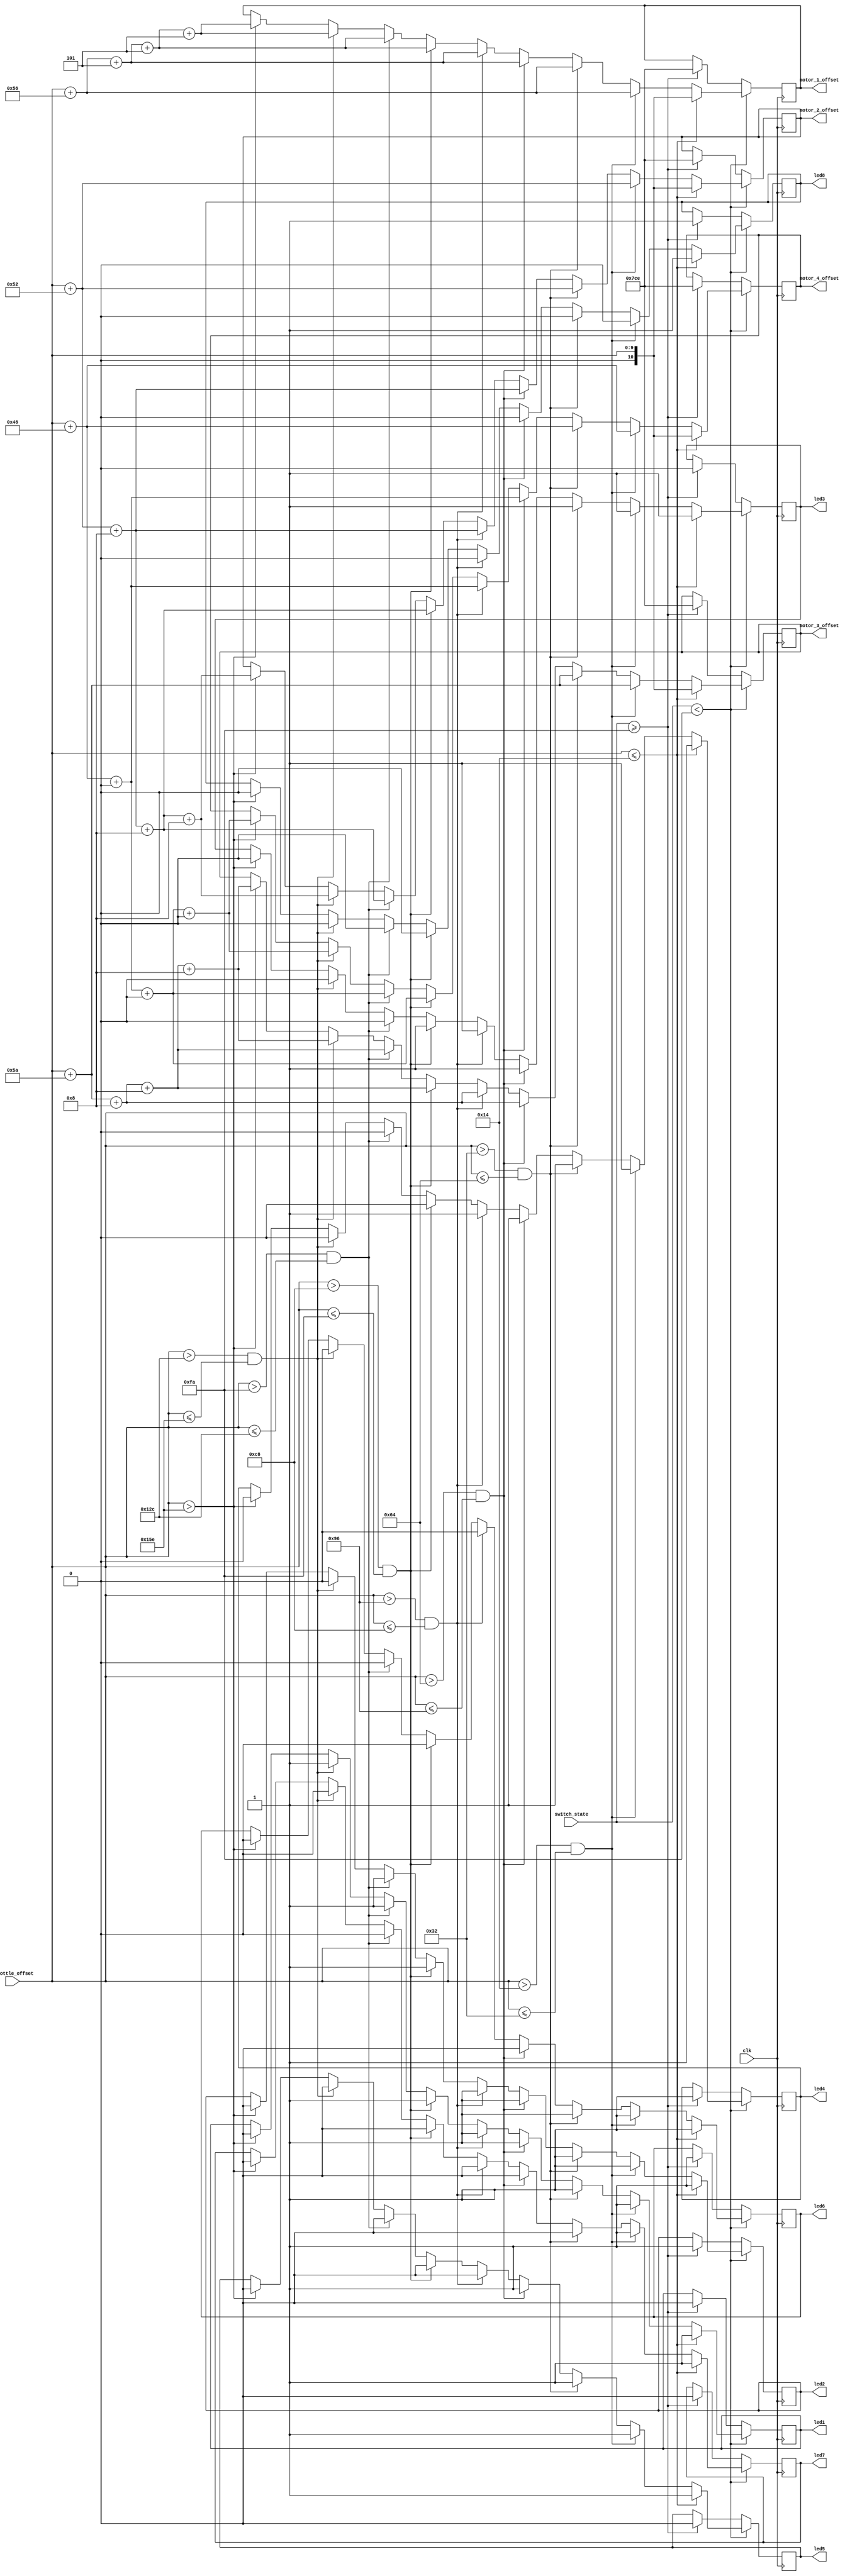
module throttle_offset_generator(motor_1_offset, motor_2_offset, motor_3_offset, motor_4_offset, led1, led2, led3, led4, led5, led6, led7, led8, throttle_offset, switch_state, clk);
	output reg [10:0] motor_1_offset;
 	output reg [10:0] motor_2_offset;
 	output reg [10:0] motor_3_offset;
 	output reg [10:0] motor_4_offset;
 	output reg        led1;
 	output reg        led2;
 	output reg        led3;
 	output reg        led4;
 	output reg        led5;
 	output reg        led6;
 	output reg        led7;
 	output reg        led8;
 	input [9:0] 	  throttle_offset;
	input [9:0]       switch_state;
 	input             clk;
 
 	parameter OFFSET1 = 86;            // motor 1 offset
	parameter OFFSET2 = 82;            // motor 2 offset
	parameter OFFSET3 = 90;             // motor 3 offset
	parameter OFFSET4 = 70;             // motor 4 offset
	parameter STEP1 = 5;
	parameter STEP2 = 8;
	parameter STEP3 = 8;
	parameter STEP4 = 0;
	
	always@ (posedge clk) 
 	  begin
		if (switch_state < 250) 
	      begin
 		    if (throttle_offset <= 20) 
 		      begin
 			      led1 <= 1;
 			      led2 <= 1;
 			      led3 <= 1;
 			      led4 <= 1;
 			      led5 <= 1;
 			      led6 <= 1;
 			      led7 <= 1;
 			      led8 <= 1;
 			      motor_1_offset <= throttle_offset;
 			      motor_2_offset <= throttle_offset;
 			      motor_3_offset <= throttle_offset;
 			      motor_4_offset <= throttle_offset;
 		      end
		    else if (throttle_offset > 20 && throttle_offset <= 50) 
 		      begin
 			      led1 <= 1;
 			      led2 <= 1;
 			      led3 <= 1;
 			      led4 <= 1;
 			      led5 <= 1;
 			      led6 <= 1;
 			      led7 <= 1;
 			      led8 <= 0;
 			      motor_1_offset <= throttle_offset+OFFSET1;
 			      motor_2_offset <= throttle_offset+OFFSET2;
 			      motor_3_offset <= throttle_offset+OFFSET3;
 			      motor_4_offset <= throttle_offset+OFFSET4;
 		      end
 		    else if (throttle_offset > 50 && throttle_offset <= 100)
		      begin
        		led1 <= 1;
		    	  led2 <= 1;
		    	  led3 <= 1;
		    	  led4 <= 1;
		    	  led5 <= 1;
		    	  led6 <= 1;
		    	  led7 <= 0;
		    	  led8 <= 0;
		    	  motor_1_offset <= throttle_offset+OFFSET1;
 			      motor_2_offset <= throttle_offset+OFFSET2;
 			      motor_3_offset <= throttle_offset+OFFSET3;
 			      motor_4_offset <= throttle_offset+OFFSET4;
		      end
		    else if (throttle_offset > 100 && throttle_offset <= 150)
		      begin
		    	  led1 <= 1;
		    	  led2 <= 1;
		    	  led3 <= 1;
		    	  led4 <= 1;
		    	  led5 <= 1;
		    	  led6 <= 0;
		    	  led7 <= 0;
		    	  led8 <= 0;
		    	  motor_1_offset <= throttle_offset+OFFSET1+STEP1;
 			      motor_2_offset <= throttle_offset+OFFSET2+STEP2;
 			      motor_3_offset <= throttle_offset+OFFSET3+STEP3;
 			      motor_4_offset <= throttle_offset+OFFSET4+STEP4;
		      end
		    else if (throttle_offset > 150 && throttle_offset <= 200) 
 		      begin
 		    	  led1 <= 1;
 		    	  led2 <= 1;
 		    	  led3 <= 1;
 		    	  led4 <= 1;
 		    	  led5 <= 0;
 		    	  led6 <= 0;
 		    	  led7 <= 0;
 		    	  led8 <= 0;
 		    	  motor_1_offset <= throttle_offset+OFFSET1+STEP1;
 			      motor_2_offset <= throttle_offset+OFFSET2+STEP2;
 			      motor_3_offset <= throttle_offset+OFFSET3+STEP3;
 			      motor_4_offset <= throttle_offset+OFFSET4+STEP4;
 		      end
 		    else if (throttle_offset > 200 && throttle_offset <= 250)
		      begin
        		led1 <= 1;
		    	  led2 <= 1;
		    	  led3 <= 1;
		    	  led4 <= 0;
		    	  led5 <= 0;
		    	  led6 <= 0;
		    	  led7 <= 0;
		    	  led8 <= 0;
		    	  motor_1_offset <= throttle_offset+OFFSET1+STEP1+STEP1;
 			      motor_2_offset <= throttle_offset+OFFSET2+STEP2+STEP2;
 			      motor_3_offset <= throttle_offset+OFFSET3+STEP3+STEP3;
 			      motor_4_offset <= throttle_offset+OFFSET4+STEP4+STEP4;
		      end
		    else if (throttle_offset > 250 && throttle_offset <= 300)
		      begin
		    	  led1 <= 1;
		    	  led2 <= 1;
		    	  led3 <= 0;
		    	  led4 <= 0;
		    	  led5 <= 0;
		    	  led6 <= 0;
		    	  led7 <= 0;
		    	  led8 <= 0;
		    	  motor_1_offset <= throttle_offset+OFFSET1+STEP1+STEP1;
 			      motor_2_offset <= throttle_offset+OFFSET2+STEP2+STEP2;
 			      motor_3_offset <= throttle_offset+OFFSET3+STEP3+STEP3;
 			      motor_4_offset <= throttle_offset+OFFSET4+STEP4+STEP4;
		      end
		    else if (throttle_offset > 300 && throttle_offset <= 350)
		      begin
		    	  led1 <= 1;
		    	  led2 <= 0;
		    	  led3 <= 0;
		    	  led4 <= 0;
		    	  led5 <= 0;
		    	  led6 <= 0;
		    	  led7 <= 0;
		    	  led8 <= 0;
		    	  motor_1_offset <= throttle_offset+OFFSET1+STEP1+STEP1+STEP1;
 			      motor_2_offset <= throttle_offset+OFFSET2+STEP2+STEP2+STEP2;
 			      motor_3_offset <= throttle_offset+OFFSET3+STEP3+STEP3+STEP3;
 			      motor_4_offset <= throttle_offset+OFFSET4+STEP4+STEP4+STEP4;
		      end
		    else if (throttle_offset > 350)
		      begin
		    	  led1 <= 0;
		    	  led2 <= 0;
		    	  led3 <= 0;
		    	  led4 <= 0;
		    	  led5 <= 0;
		    	  led6 <= 0;
		    	  led7 <= 0;
		    	  led8 <= 0;
		    	  motor_1_offset <= throttle_offset+OFFSET1+STEP1+STEP1+STEP1;
 			      motor_2_offset <= throttle_offset+OFFSET2+STEP2+STEP2+STEP2;
 			      motor_3_offset <= throttle_offset+OFFSET3+STEP3+STEP3+STEP3;
 			      motor_4_offset <= throttle_offset+OFFSET4+STEP4+STEP4+STEP4;
		      end
		  end
		else if (switch_state >= 250)
		  begin
			led1 <= 0;
		    led2 <= 1;
		    led3 <= 0;
		    led4 <= 1;
		    led5 <= 0;
		    led6 <= 1;
		    led7 <= 0;
		    led8 <= 1;
			motor_1_offset <= -50;
			motor_2_offset <= -50;
			motor_3_offset <= -50;
			motor_4_offset <= -50;
		  end
	  end 
endmodule

module pitch_offset_generator(motor_1_offset, motor_2_offset, motor_3_offset, motor_4_offset, pitch_offset, throttle_offset, clk);
	output reg [10:0] motor_1_offset;
	output reg [10:0] motor_2_offset;
	output reg [10:0] motor_3_offset;
	output reg [10:0] motor_4_offset;
	input [9:0] 	  pitch_offset;
	input [9:0] 	  throttle_offset;
	input             clk;
   
    parameter PITCH_MAX = 100;         // maximum pitch value to decrement off motors by at max throttle
	parameter MAX_STEP = 10;           // step to decrease maximum decrement by ( PITCH_MAX / MAX_STEP must be = 10! )
	parameter PITCH_MIN = 5;           // minimum pitch value to increment on motors by at min throttle
	parameter MIN_STEP = 4;            // step to increment up from minimum ( PITCH_MIN + (MIN_STEP*20) = MAX VALUE )
   
    always@ (posedge clk) 
	  begin
	    if (throttle_offset > 50) 
		  begin
		    if (pitch_offset <= 10)
			  begin
			    motor_2_offset <= -PITCH_MAX;
			    motor_1_offset <= PITCH_MIN+MIN_STEP+MIN_STEP+MIN_STEP+MIN_STEP+MIN_STEP+MIN_STEP+MIN_STEP+MIN_STEP+MIN_STEP+MIN_STEP+MIN_STEP+MIN_STEP+MIN_STEP+MIN_STEP+MIN_STEP+MIN_STEP+MIN_STEP+MIN_STEP+MIN_STEP;
			    motor_4_offset <= -PITCH_MAX;
			    motor_3_offset <= PITCH_MIN+MIN_STEP+MIN_STEP+MIN_STEP+MIN_STEP+MIN_STEP+MIN_STEP+MIN_STEP+MIN_STEP+MIN_STEP+MIN_STEP+MIN_STEP+MIN_STEP+MIN_STEP+MIN_STEP+MIN_STEP+MIN_STEP+MIN_STEP+MIN_STEP+MIN_STEP;
			  end
		    else if (pitch_offset > 10 && pitch_offset <= 20)
			  begin
			    motor_2_offset <= -PITCH_MAX+MAX_STEP;
			    motor_1_offset <= PITCH_MIN+MIN_STEP+MIN_STEP+MIN_STEP+MIN_STEP+MIN_STEP+MIN_STEP+MIN_STEP+MIN_STEP+MIN_STEP+MIN_STEP+MIN_STEP+MIN_STEP+MIN_STEP+MIN_STEP+MIN_STEP+MIN_STEP+MIN_STEP+MIN_STEP;
			    motor_4_offset <= -PITCH_MAX+MAX_STEP;
			    motor_3_offset <= PITCH_MIN+MIN_STEP+MIN_STEP+MIN_STEP+MIN_STEP+MIN_STEP+MIN_STEP+MIN_STEP+MIN_STEP+MIN_STEP+MIN_STEP+MIN_STEP+MIN_STEP+MIN_STEP+MIN_STEP+MIN_STEP+MIN_STEP+MIN_STEP+MIN_STEP;
			  end
			else if (pitch_offset > 20 && pitch_offset <= 30)
			  begin
			    motor_2_offset <= -PITCH_MAX+MAX_STEP+MAX_STEP;
			    motor_1_offset <= PITCH_MIN+MIN_STEP+MIN_STEP+MIN_STEP+MIN_STEP+MIN_STEP+MIN_STEP+MIN_STEP+MIN_STEP+MIN_STEP+MIN_STEP+MIN_STEP+MIN_STEP+MIN_STEP+MIN_STEP+MIN_STEP+MIN_STEP+MIN_STEP;
			    motor_4_offset <= -PITCH_MAX+MAX_STEP+MAX_STEP;
			    motor_3_offset <= PITCH_MIN+MIN_STEP+MIN_STEP+MIN_STEP+MIN_STEP+MIN_STEP+MIN_STEP+MIN_STEP+MIN_STEP+MIN_STEP+MIN_STEP+MIN_STEP+MIN_STEP+MIN_STEP+MIN_STEP+MIN_STEP+MIN_STEP+MIN_STEP;
			  end
			else if (pitch_offset > 30 && pitch_offset <= 40)
			  begin
			    motor_2_offset <= -PITCH_MAX+MAX_STEP+MAX_STEP+MAX_STEP;
			    motor_1_offset <= PITCH_MIN+MIN_STEP+MIN_STEP+MIN_STEP+MIN_STEP+MIN_STEP+MIN_STEP+MIN_STEP+MIN_STEP+MIN_STEP+MIN_STEP+MIN_STEP+MIN_STEP+MIN_STEP+MIN_STEP+MIN_STEP+MIN_STEP;
			    motor_4_offset <= -PITCH_MAX+MAX_STEP+MAX_STEP+MAX_STEP;
			    motor_3_offset <= PITCH_MIN+MIN_STEP+MIN_STEP+MIN_STEP+MIN_STEP+MIN_STEP+MIN_STEP+MIN_STEP+MIN_STEP+MIN_STEP+MIN_STEP+MIN_STEP+MIN_STEP+MIN_STEP+MIN_STEP+MIN_STEP+MIN_STEP;
			  end
			else if (pitch_offset > 40 && pitch_offset <= 50)
			  begin
			    motor_2_offset <= -PITCH_MAX+MAX_STEP+MAX_STEP+MAX_STEP+MAX_STEP;
			    motor_1_offset <= PITCH_MIN+MIN_STEP+MIN_STEP+MIN_STEP+MIN_STEP+MIN_STEP+MIN_STEP+MIN_STEP+MIN_STEP+MIN_STEP+MIN_STEP+MIN_STEP+MIN_STEP+MIN_STEP+MIN_STEP+MIN_STEP;
			    motor_4_offset <= -PITCH_MAX+MAX_STEP+MAX_STEP+MAX_STEP+MAX_STEP;
			    motor_3_offset <= PITCH_MIN+MIN_STEP+MIN_STEP+MIN_STEP+MIN_STEP+MIN_STEP+MIN_STEP+MIN_STEP+MIN_STEP+MIN_STEP+MIN_STEP+MIN_STEP+MIN_STEP+MIN_STEP+MIN_STEP+MIN_STEP;
			  end
			else if (pitch_offset > 50 && pitch_offset <= 60)
			  begin
			    motor_2_offset <= -PITCH_MAX+MAX_STEP+MAX_STEP+MAX_STEP+MAX_STEP+MAX_STEP;
			    motor_1_offset <= PITCH_MIN+MIN_STEP+MIN_STEP+MIN_STEP+MIN_STEP+MIN_STEP+MIN_STEP+MIN_STEP+MIN_STEP+MIN_STEP+MIN_STEP+MIN_STEP+MIN_STEP+MIN_STEP+MIN_STEP;
			    motor_4_offset <= -PITCH_MAX+MAX_STEP+MAX_STEP+MAX_STEP+MAX_STEP+MAX_STEP;
			    motor_3_offset <= PITCH_MIN+MIN_STEP+MIN_STEP+MIN_STEP+MIN_STEP+MIN_STEP+MIN_STEP+MIN_STEP+MIN_STEP+MIN_STEP+MIN_STEP+MIN_STEP+MIN_STEP+MIN_STEP+MIN_STEP;
			  end
			else if (pitch_offset > 60 && pitch_offset <= 70)
			  begin
			    motor_2_offset <= -PITCH_MAX+MAX_STEP+MAX_STEP+MAX_STEP+MAX_STEP+MAX_STEP+MAX_STEP;
			    motor_1_offset <= PITCH_MIN+MIN_STEP+MIN_STEP+MIN_STEP+MIN_STEP+MIN_STEP+MIN_STEP+MIN_STEP+MIN_STEP+MIN_STEP+MIN_STEP+MIN_STEP+MIN_STEP+MIN_STEP;
			    motor_4_offset <= -PITCH_MAX+MAX_STEP+MAX_STEP+MAX_STEP+MAX_STEP+MAX_STEP+MAX_STEP;
			    motor_3_offset <= PITCH_MIN+MIN_STEP+MIN_STEP+MIN_STEP+MIN_STEP+MIN_STEP+MIN_STEP+MIN_STEP+MIN_STEP+MIN_STEP+MIN_STEP+MIN_STEP+MIN_STEP+MIN_STEP;
			  end
			else if (pitch_offset > 70 && pitch_offset <= 80)
			  begin
			    motor_2_offset <= -PITCH_MAX+MAX_STEP+MAX_STEP+MAX_STEP+MAX_STEP+MAX_STEP+MAX_STEP+MAX_STEP;
			    motor_1_offset <= PITCH_MIN+MIN_STEP+MIN_STEP+MIN_STEP+MIN_STEP+MIN_STEP+MIN_STEP+MIN_STEP+MIN_STEP+MIN_STEP+MIN_STEP+MIN_STEP+MIN_STEP;
			    motor_4_offset <= -PITCH_MAX+MAX_STEP+MAX_STEP+MAX_STEP+MAX_STEP+MAX_STEP+MAX_STEP+MAX_STEP;
			    motor_3_offset <= PITCH_MIN+MIN_STEP+MIN_STEP+MIN_STEP+MIN_STEP+MIN_STEP+MIN_STEP+MIN_STEP+MIN_STEP+MIN_STEP+MIN_STEP+MIN_STEP+MIN_STEP;
			  end
			else if (pitch_offset > 80 && pitch_offset <= 90)
			  begin
			    motor_2_offset <= -PITCH_MAX+MAX_STEP+MAX_STEP+MAX_STEP+MAX_STEP+MAX_STEP+MAX_STEP+MAX_STEP+MAX_STEP;
			    motor_1_offset <= PITCH_MIN+MIN_STEP+MIN_STEP+MIN_STEP+MIN_STEP+MIN_STEP+MIN_STEP+MIN_STEP+MIN_STEP+MIN_STEP+MIN_STEP+MIN_STEP;
			    motor_4_offset <= -PITCH_MAX+MAX_STEP+MAX_STEP+MAX_STEP+MAX_STEP+MAX_STEP+MAX_STEP+MAX_STEP+MAX_STEP;
			    motor_3_offset <= PITCH_MIN+MIN_STEP+MIN_STEP+MIN_STEP+MIN_STEP+MIN_STEP+MIN_STEP+MIN_STEP+MIN_STEP+MIN_STEP+MIN_STEP+MIN_STEP;
			  end
			else if (pitch_offset > 90 && pitch_offset <= 100)
			  begin
			    motor_2_offset <= -PITCH_MAX+MAX_STEP+MAX_STEP+MAX_STEP+MAX_STEP+MAX_STEP+MAX_STEP+MAX_STEP+MAX_STEP+MAX_STEP;
			    motor_1_offset <= PITCH_MIN+MIN_STEP+MIN_STEP+MIN_STEP+MIN_STEP+MIN_STEP+MIN_STEP+MIN_STEP+MIN_STEP+MIN_STEP+MIN_STEP;
			    motor_4_offset <= -PITCH_MAX+MAX_STEP+MAX_STEP+MAX_STEP+MAX_STEP+MAX_STEP+MAX_STEP+MAX_STEP+MAX_STEP+MAX_STEP;
			    motor_3_offset <= PITCH_MIN+MIN_STEP+MIN_STEP+MIN_STEP+MIN_STEP+MIN_STEP+MIN_STEP+MIN_STEP+MIN_STEP+MIN_STEP+MIN_STEP;
			  end
			else if (pitch_offset > 100 && pitch_offset <= 110)
			  begin
			    motor_2_offset <= 0;
			    motor_1_offset <= PITCH_MIN+MIN_STEP+MIN_STEP+MIN_STEP+MIN_STEP+MIN_STEP+MIN_STEP+MIN_STEP+MIN_STEP+MIN_STEP;
			    motor_4_offset <= 0;
			    motor_3_offset <= PITCH_MIN+MIN_STEP+MIN_STEP+MIN_STEP+MIN_STEP+MIN_STEP+MIN_STEP+MIN_STEP+MIN_STEP+MIN_STEP;
			  end
			else if (pitch_offset > 110 && pitch_offset <= 120)
			  begin
			    motor_2_offset <= 0;
			    motor_1_offset <= PITCH_MIN+MIN_STEP+MIN_STEP+MIN_STEP+MIN_STEP+MIN_STEP+MIN_STEP+MIN_STEP+MIN_STEP;
			    motor_4_offset <= 0;
			    motor_3_offset <= PITCH_MIN+MIN_STEP+MIN_STEP+MIN_STEP+MIN_STEP+MIN_STEP+MIN_STEP+MIN_STEP+MIN_STEP;
			  end
		    else if (pitch_offset > 120 && pitch_offset <= 130)
			  begin
			    motor_2_offset <= 0;
			    motor_1_offset <= PITCH_MIN+MIN_STEP+MIN_STEP+MIN_STEP+MIN_STEP+MIN_STEP+MIN_STEP+MIN_STEP;
			    motor_4_offset <= 0;
			    motor_3_offset <= PITCH_MIN+MIN_STEP+MIN_STEP+MIN_STEP+MIN_STEP+MIN_STEP+MIN_STEP+MIN_STEP;
			  end
		    else if (pitch_offset > 130 && pitch_offset <= 140)
			  begin
			    motor_2_offset <= 0;
			    motor_1_offset <= PITCH_MIN+MIN_STEP+MIN_STEP+MIN_STEP+MIN_STEP+MIN_STEP+MIN_STEP;
			    motor_4_offset <= 0;
			    motor_3_offset <= PITCH_MIN+MIN_STEP+MIN_STEP+MIN_STEP+MIN_STEP+MIN_STEP+MIN_STEP;
			  end
		    else if (pitch_offset > 140 && pitch_offset <= 150)
			  begin
			    motor_2_offset <= 0;
			    motor_1_offset <= PITCH_MIN+MIN_STEP+MIN_STEP+MIN_STEP+MIN_STEP+MIN_STEP;
			    motor_4_offset <= 0;
			    motor_3_offset <= PITCH_MIN+MIN_STEP+MIN_STEP+MIN_STEP+MIN_STEP+MIN_STEP;
			  end
			else if (pitch_offset > 150 && pitch_offset <= 160)
			  begin
			    motor_2_offset <= 0;
			    motor_1_offset <= PITCH_MIN+MIN_STEP+MIN_STEP+MIN_STEP+MIN_STEP;
			    motor_4_offset <= 0;
			    motor_3_offset <= PITCH_MIN+MIN_STEP+MIN_STEP+MIN_STEP+MIN_STEP;
			  end
		    else if (pitch_offset > 160 && pitch_offset <= 170)
			  begin
			    motor_2_offset <= 0;
			    motor_1_offset <= PITCH_MIN+MIN_STEP+MIN_STEP+MIN_STEP;
			    motor_4_offset <= 0;
			    motor_3_offset <= PITCH_MIN+MIN_STEP+MIN_STEP+MIN_STEP;
			  end
		    else if (pitch_offset > 170 && pitch_offset <= 180)
			  begin
			    motor_2_offset <= 0;
			    motor_1_offset <= PITCH_MIN+MIN_STEP+MIN_STEP;
			    motor_4_offset <= 0;
			    motor_3_offset <= PITCH_MIN+MIN_STEP+MIN_STEP;
			  end
		    else if (pitch_offset > 180 && pitch_offset <= 190)
			  begin
			    motor_2_offset <= 0;
			    motor_1_offset <= PITCH_MIN+MIN_STEP;
			    motor_4_offset <= 0;
			    motor_3_offset <= PITCH_MIN+MIN_STEP;
			  end
			else if (pitch_offset > 190 && pitch_offset <= 195)
			  begin
			    motor_2_offset <= 0;
			    motor_1_offset <= PITCH_MIN;
			    motor_4_offset <= 0;
			    motor_3_offset <= PITCH_MIN;
			  end
		    else if (pitch_offset > 195 && pitch_offset <= 205)
			  begin
			    motor_2_offset <= 0;
			    motor_1_offset <= 0;
			    motor_4_offset <= 0;
			    motor_3_offset <= 0;
			  end
			else if (pitch_offset < 205 && pitch_offset <= 210)
			  begin
			    motor_2_offset <= PITCH_MIN;
			    motor_1_offset <= 0;
			    motor_4_offset <= PITCH_MIN;
			    motor_3_offset <= 0;
			  end
		    else if (pitch_offset > 210 && pitch_offset <= 220)
			  begin
			    motor_2_offset <= PITCH_MIN+MIN_STEP;
			    motor_1_offset <= 0;
			    motor_4_offset <= PITCH_MIN+MIN_STEP;
			    motor_3_offset <= 0;
			  end
		    else if (pitch_offset > 220 && pitch_offset <= 230)
			  begin
			    motor_2_offset <= PITCH_MIN+MIN_STEP+MIN_STEP;
			    motor_1_offset <= 0;
			    motor_4_offset <= PITCH_MIN+MIN_STEP+MIN_STEP;
			    motor_3_offset <= 0;
			  end
		    else if (pitch_offset > 230 && pitch_offset <= 240)
			  begin
			    motor_2_offset <= PITCH_MIN+MIN_STEP+MIN_STEP+MIN_STEP;
			    motor_1_offset <= 0;
			    motor_4_offset <= PITCH_MIN+MIN_STEP+MIN_STEP+MIN_STEP;
			    motor_3_offset <= 0;
			  end
		    else if (pitch_offset > 240 && pitch_offset <= 250)
			  begin
			    motor_2_offset <= PITCH_MIN+MIN_STEP+MIN_STEP+MIN_STEP+MIN_STEP;
			    motor_1_offset <= 0;
			    motor_4_offset <= PITCH_MIN+MIN_STEP+MIN_STEP+MIN_STEP+MIN_STEP;
			    motor_3_offset <= 0;
			  end
			else if (pitch_offset > 250 && pitch_offset <= 260)
			  begin
			    motor_2_offset <= PITCH_MIN+MIN_STEP+MIN_STEP+MIN_STEP+MIN_STEP+MIN_STEP;
			    motor_1_offset <= 0;
			    motor_4_offset <= PITCH_MIN+MIN_STEP+MIN_STEP+MIN_STEP+MIN_STEP+MIN_STEP;
			    motor_3_offset <= 0;
			  end
		    else if (pitch_offset > 260 && pitch_offset <= 270)
			  begin
			    motor_2_offset <= PITCH_MIN+MIN_STEP+MIN_STEP+MIN_STEP+MIN_STEP+MIN_STEP+MIN_STEP;
			    motor_1_offset <= 0;
			    motor_4_offset <= PITCH_MIN+MIN_STEP+MIN_STEP+MIN_STEP+MIN_STEP+MIN_STEP+MIN_STEP;
			    motor_3_offset <= 0;
			  end
		    else if (pitch_offset > 270 && pitch_offset <= 280)
			  begin
			    motor_2_offset <= PITCH_MIN+MIN_STEP+MIN_STEP+MIN_STEP+MIN_STEP+MIN_STEP+MIN_STEP+MIN_STEP;
			    motor_1_offset <= 0;
			    motor_4_offset <= PITCH_MIN+MIN_STEP+MIN_STEP+MIN_STEP+MIN_STEP+MIN_STEP+MIN_STEP+MIN_STEP;
			    motor_3_offset <= 0;
			  end
		    else if (pitch_offset > 280 && pitch_offset <= 290)
			  begin
			    motor_2_offset <= PITCH_MIN+MIN_STEP+MIN_STEP+MIN_STEP+MIN_STEP+MIN_STEP+MIN_STEP+MIN_STEP+MIN_STEP;
			    motor_1_offset <= 0;
			    motor_4_offset <= PITCH_MIN+MIN_STEP+MIN_STEP+MIN_STEP+MIN_STEP+MIN_STEP+MIN_STEP+MIN_STEP+MIN_STEP;
			    motor_3_offset <= 0;
			  end
		    else if (pitch_offset > 290 && pitch_offset <= 300)
			  begin
			    motor_2_offset <= PITCH_MIN+MIN_STEP+MIN_STEP+MIN_STEP+MIN_STEP+MIN_STEP+MIN_STEP+MIN_STEP+MIN_STEP+MIN_STEP;
			    motor_1_offset <= 0;
			    motor_4_offset <= PITCH_MIN+MIN_STEP+MIN_STEP+MIN_STEP+MIN_STEP+MIN_STEP+MIN_STEP+MIN_STEP+MIN_STEP+MIN_STEP;
			    motor_3_offset <= 0;
			  end
			else if (pitch_offset > 300 && pitch_offset <= 310)
			  begin
			    motor_2_offset <= PITCH_MIN+MIN_STEP+MIN_STEP+MIN_STEP+MIN_STEP+MIN_STEP+MIN_STEP+MIN_STEP+MIN_STEP+MIN_STEP+MIN_STEP;
			    motor_1_offset <= -PITCH_MAX+MAX_STEP+MAX_STEP+MAX_STEP+MAX_STEP+MAX_STEP+MAX_STEP+MAX_STEP+MAX_STEP+MAX_STEP;
			    motor_4_offset <= PITCH_MIN+MIN_STEP+MIN_STEP+MIN_STEP+MIN_STEP+MIN_STEP+MIN_STEP+MIN_STEP+MIN_STEP+MIN_STEP+MIN_STEP;
			    motor_3_offset <= -PITCH_MAX+MAX_STEP+MAX_STEP+MAX_STEP+MAX_STEP+MAX_STEP+MAX_STEP+MAX_STEP+MAX_STEP+MAX_STEP;
			  end
			else if (pitch_offset > 310 && pitch_offset <= 320)
			  begin
			    motor_2_offset <= PITCH_MIN+MIN_STEP+MIN_STEP+MIN_STEP+MIN_STEP+MIN_STEP+MIN_STEP+MIN_STEP+MIN_STEP+MIN_STEP+MIN_STEP+MIN_STEP;
			    motor_1_offset <= -PITCH_MAX+MAX_STEP+MAX_STEP+MAX_STEP+MAX_STEP+MAX_STEP+MAX_STEP+MAX_STEP+MAX_STEP;
			    motor_4_offset <= PITCH_MIN+MIN_STEP+MIN_STEP+MIN_STEP+MIN_STEP+MIN_STEP+MIN_STEP+MIN_STEP+MIN_STEP+MIN_STEP+MIN_STEP+MIN_STEP;
			    motor_3_offset <= -PITCH_MAX+MAX_STEP+MAX_STEP+MAX_STEP+MAX_STEP+MAX_STEP+MAX_STEP+MAX_STEP+MAX_STEP;
			  end
			else if (pitch_offset > 320 && pitch_offset <= 330)
			  begin
			    motor_2_offset <= PITCH_MIN+MIN_STEP+MIN_STEP+MIN_STEP+MIN_STEP+MIN_STEP+MIN_STEP+MIN_STEP+MIN_STEP+MIN_STEP+MIN_STEP+MIN_STEP+MIN_STEP;
			    motor_1_offset <= -PITCH_MAX+MAX_STEP+MAX_STEP+MAX_STEP+MAX_STEP+MAX_STEP+MAX_STEP+MAX_STEP;
			    motor_4_offset <= PITCH_MIN+MIN_STEP+MIN_STEP+MIN_STEP+MIN_STEP+MIN_STEP+MIN_STEP+MIN_STEP+MIN_STEP+MIN_STEP+MIN_STEP+MIN_STEP+MIN_STEP;
			    motor_3_offset <= -PITCH_MAX+MAX_STEP+MAX_STEP+MAX_STEP+MAX_STEP+MAX_STEP+MAX_STEP+MAX_STEP;
			  end
			else if (pitch_offset > 330 && pitch_offset <= 340)
			  begin
			    motor_2_offset <= PITCH_MIN+MIN_STEP+MIN_STEP+MIN_STEP+MIN_STEP+MIN_STEP+MIN_STEP+MIN_STEP+MIN_STEP+MIN_STEP+MIN_STEP+MIN_STEP+MIN_STEP+MIN_STEP;
			    motor_1_offset <= -PITCH_MAX+MAX_STEP+MAX_STEP+MAX_STEP+MAX_STEP+MAX_STEP+MAX_STEP;
			    motor_4_offset <= PITCH_MIN+MIN_STEP+MIN_STEP+MIN_STEP+MIN_STEP+MIN_STEP+MIN_STEP+MIN_STEP+MIN_STEP+MIN_STEP+MIN_STEP+MIN_STEP+MIN_STEP+MIN_STEP;
			    motor_3_offset <= -PITCH_MAX+MAX_STEP+MAX_STEP+MAX_STEP+MAX_STEP+MAX_STEP+MAX_STEP;
			  end
			else if (pitch_offset > 340 && pitch_offset <= 350)
			  begin
			    motor_2_offset <= PITCH_MIN+MIN_STEP+MIN_STEP+MIN_STEP+MIN_STEP+MIN_STEP+MIN_STEP+MIN_STEP+MIN_STEP+MIN_STEP+MIN_STEP+MIN_STEP+MIN_STEP+MIN_STEP+MIN_STEP;
			    motor_1_offset <= -PITCH_MAX+MAX_STEP+MAX_STEP+MAX_STEP+MAX_STEP+MAX_STEP;
			    motor_4_offset <= PITCH_MIN+MIN_STEP+MIN_STEP+MIN_STEP+MIN_STEP+MIN_STEP+MIN_STEP+MIN_STEP+MIN_STEP+MIN_STEP+MIN_STEP+MIN_STEP+MIN_STEP+MIN_STEP+MIN_STEP;
			    motor_3_offset <= -PITCH_MAX+MAX_STEP+MAX_STEP+MAX_STEP+MAX_STEP+MAX_STEP;
			  end
			else if (pitch_offset > 350 && pitch_offset <= 360)
			  begin
			    motor_2_offset <= PITCH_MIN+MIN_STEP+MIN_STEP+MIN_STEP+MIN_STEP+MIN_STEP+MIN_STEP+MIN_STEP+MIN_STEP+MIN_STEP+MIN_STEP+MIN_STEP+MIN_STEP+MIN_STEP+MIN_STEP+MIN_STEP;
			    motor_1_offset <= -PITCH_MAX+MAX_STEP+MAX_STEP+MAX_STEP+MAX_STEP;
			    motor_4_offset <= PITCH_MIN+MIN_STEP+MIN_STEP+MIN_STEP+MIN_STEP+MIN_STEP+MIN_STEP+MIN_STEP+MIN_STEP+MIN_STEP+MIN_STEP+MIN_STEP+MIN_STEP+MIN_STEP+MIN_STEP+MIN_STEP;
			    motor_3_offset <= -PITCH_MAX+MAX_STEP+MAX_STEP+MAX_STEP+MAX_STEP;
			  end
			else if (pitch_offset > 360 && pitch_offset <= 370)
			  begin
			    motor_2_offset <= PITCH_MIN+MIN_STEP+MIN_STEP+MIN_STEP+MIN_STEP+MIN_STEP+MIN_STEP+MIN_STEP+MIN_STEP+MIN_STEP+MIN_STEP+MIN_STEP+MIN_STEP+MIN_STEP+MIN_STEP+MIN_STEP+MIN_STEP;
			    motor_1_offset <= -PITCH_MAX+MAX_STEP+MAX_STEP+MAX_STEP;
			    motor_4_offset <= PITCH_MIN+MIN_STEP+MIN_STEP+MIN_STEP+MIN_STEP+MIN_STEP+MIN_STEP+MIN_STEP+MIN_STEP+MIN_STEP+MIN_STEP+MIN_STEP+MIN_STEP+MIN_STEP+MIN_STEP+MIN_STEP+MIN_STEP;
			    motor_3_offset <= -PITCH_MAX+MAX_STEP+MAX_STEP+MAX_STEP;
			  end
			else if (pitch_offset > 370 && pitch_offset <= 380)
			  begin
			    motor_2_offset <= PITCH_MIN+MIN_STEP+MIN_STEP+MIN_STEP+MIN_STEP+MIN_STEP+MIN_STEP+MIN_STEP+MIN_STEP+MIN_STEP+MIN_STEP+MIN_STEP+MIN_STEP+MIN_STEP+MIN_STEP+MIN_STEP+MIN_STEP+MIN_STEP;
			    motor_1_offset <= -PITCH_MAX+MAX_STEP+MAX_STEP;
			    motor_4_offset <= PITCH_MIN+MIN_STEP+MIN_STEP+MIN_STEP+MIN_STEP+MIN_STEP+MIN_STEP+MIN_STEP+MIN_STEP+MIN_STEP+MIN_STEP+MIN_STEP+MIN_STEP+MIN_STEP+MIN_STEP+MIN_STEP+MIN_STEP+MIN_STEP;
			    motor_3_offset <= -PITCH_MAX+MAX_STEP+MAX_STEP;
			  end
			else if (pitch_offset > 380 && pitch_offset <= 390)
			  begin
			    motor_2_offset <= PITCH_MIN+MIN_STEP+MIN_STEP+MIN_STEP+MIN_STEP+MIN_STEP+MIN_STEP+MIN_STEP+MIN_STEP+MIN_STEP+MIN_STEP+MIN_STEP+MIN_STEP+MIN_STEP+MIN_STEP+MIN_STEP+MIN_STEP+MIN_STEP+MIN_STEP;
			    motor_1_offset <= -PITCH_MAX+MAX_STEP;
			    motor_4_offset <= PITCH_MIN+MIN_STEP+MIN_STEP+MIN_STEP+MIN_STEP+MIN_STEP+MIN_STEP+MIN_STEP+MIN_STEP+MIN_STEP+MIN_STEP+MIN_STEP+MIN_STEP+MIN_STEP+MIN_STEP+MIN_STEP+MIN_STEP+MIN_STEP+MIN_STEP;
			    motor_3_offset <= -PITCH_MAX+MAX_STEP;
			  end
			else if (pitch_offset > 390)
			  begin
			    motor_2_offset <= PITCH_MIN+MIN_STEP+MIN_STEP+MIN_STEP+MIN_STEP+MIN_STEP+MIN_STEP+MIN_STEP+MIN_STEP+MIN_STEP+MIN_STEP+MIN_STEP+MIN_STEP+MIN_STEP+MIN_STEP+MIN_STEP+MIN_STEP+MIN_STEP+MIN_STEP+MIN_STEP;
			    motor_1_offset <= -PITCH_MAX;
			    motor_4_offset <= PITCH_MIN+MIN_STEP+MIN_STEP+MIN_STEP+MIN_STEP+MIN_STEP+MIN_STEP+MIN_STEP+MIN_STEP+MIN_STEP+MIN_STEP+MIN_STEP+MIN_STEP+MIN_STEP+MIN_STEP+MIN_STEP+MIN_STEP+MIN_STEP+MIN_STEP+MIN_STEP;
			    motor_3_offset <= -PITCH_MAX;
			  end
		  end 
	  end		  
endmodule

module roll_offset_generator(motor_1_offset, motor_2_offset, motor_3_offset, motor_4_offset, roll_offset, throttle_offset, clk);
	output reg [10:0] motor_1_offset;
	output reg [10:0] motor_2_offset;
	output reg [10:0] motor_3_offset;
	output reg [10:0] motor_4_offset;
	input [9:0] 	  roll_offset;
	input [9:0] 	  throttle_offset;
	input             clk;
   
    parameter ROLL_MAX = 100;         // maximum roll value to decrement off motors by at max throttle
	parameter MAX_STEP = 10;           // step to decrease maximum decrement by ( ROLL_MAX / MAX_STEP must be = 10! )
	parameter ROLL_MIN = 5;           // minimum roll value to increment on motors by at min throttle
	parameter MIN_STEP = 4;            // step to increment up from minimum ( ROLL_MIN + (MIN_STEP*20) = MAX VALUE )
   
    always@ (posedge clk) 
	  begin
	    if (throttle_offset > 50) 
		  begin
		    if (roll_offset <= 10)
			  begin
			    motor_1_offset <= -ROLL_MAX;
			    motor_2_offset <= ROLL_MIN+MIN_STEP+MIN_STEP+MIN_STEP+MIN_STEP+MIN_STEP+MIN_STEP+MIN_STEP+MIN_STEP+MIN_STEP+MIN_STEP+MIN_STEP+MIN_STEP+MIN_STEP+MIN_STEP+MIN_STEP+MIN_STEP+MIN_STEP+MIN_STEP+MIN_STEP;
			    motor_4_offset <= -ROLL_MAX;
			    motor_3_offset <= ROLL_MIN+MIN_STEP+MIN_STEP+MIN_STEP+MIN_STEP+MIN_STEP+MIN_STEP+MIN_STEP+MIN_STEP+MIN_STEP+MIN_STEP+MIN_STEP+MIN_STEP+MIN_STEP+MIN_STEP+MIN_STEP+MIN_STEP+MIN_STEP+MIN_STEP+MIN_STEP;
			  end
		    else if (roll_offset > 10 && roll_offset <= 20)
			  begin
			    motor_1_offset <= -ROLL_MAX+MAX_STEP;
			    motor_2_offset <= ROLL_MIN+MIN_STEP+MIN_STEP+MIN_STEP+MIN_STEP+MIN_STEP+MIN_STEP+MIN_STEP+MIN_STEP+MIN_STEP+MIN_STEP+MIN_STEP+MIN_STEP+MIN_STEP+MIN_STEP+MIN_STEP+MIN_STEP+MIN_STEP+MIN_STEP;
			    motor_4_offset <= -ROLL_MAX+MAX_STEP;
			    motor_3_offset <= ROLL_MIN+MIN_STEP+MIN_STEP+MIN_STEP+MIN_STEP+MIN_STEP+MIN_STEP+MIN_STEP+MIN_STEP+MIN_STEP+MIN_STEP+MIN_STEP+MIN_STEP+MIN_STEP+MIN_STEP+MIN_STEP+MIN_STEP+MIN_STEP+MIN_STEP;
			  end
			else if (roll_offset > 20 && roll_offset <= 30)
			  begin
			    motor_1_offset <= -ROLL_MAX+MAX_STEP+MAX_STEP;
			    motor_2_offset <= ROLL_MIN+MIN_STEP+MIN_STEP+MIN_STEP+MIN_STEP+MIN_STEP+MIN_STEP+MIN_STEP+MIN_STEP+MIN_STEP+MIN_STEP+MIN_STEP+MIN_STEP+MIN_STEP+MIN_STEP+MIN_STEP+MIN_STEP+MIN_STEP;
			    motor_4_offset <= -ROLL_MAX+MAX_STEP+MAX_STEP;
			    motor_3_offset <= ROLL_MIN+MIN_STEP+MIN_STEP+MIN_STEP+MIN_STEP+MIN_STEP+MIN_STEP+MIN_STEP+MIN_STEP+MIN_STEP+MIN_STEP+MIN_STEP+MIN_STEP+MIN_STEP+MIN_STEP+MIN_STEP+MIN_STEP+MIN_STEP;
			  end
			else if (roll_offset > 30 && roll_offset <= 40)
			  begin
			    motor_1_offset <= -ROLL_MAX+MAX_STEP+MAX_STEP+MAX_STEP;
			    motor_2_offset <= ROLL_MIN+MIN_STEP+MIN_STEP+MIN_STEP+MIN_STEP+MIN_STEP+MIN_STEP+MIN_STEP+MIN_STEP+MIN_STEP+MIN_STEP+MIN_STEP+MIN_STEP+MIN_STEP+MIN_STEP+MIN_STEP+MIN_STEP;
			    motor_4_offset <= -ROLL_MAX+MAX_STEP+MAX_STEP+MAX_STEP;
			    motor_3_offset <= ROLL_MIN+MIN_STEP+MIN_STEP+MIN_STEP+MIN_STEP+MIN_STEP+MIN_STEP+MIN_STEP+MIN_STEP+MIN_STEP+MIN_STEP+MIN_STEP+MIN_STEP+MIN_STEP+MIN_STEP+MIN_STEP+MIN_STEP;
			  end
			else if (roll_offset > 40 && roll_offset <= 50)
			  begin
			    motor_1_offset <= -ROLL_MAX+MAX_STEP+MAX_STEP+MAX_STEP+MAX_STEP;
			    motor_2_offset <= ROLL_MIN+MIN_STEP+MIN_STEP+MIN_STEP+MIN_STEP+MIN_STEP+MIN_STEP+MIN_STEP+MIN_STEP+MIN_STEP+MIN_STEP+MIN_STEP+MIN_STEP+MIN_STEP+MIN_STEP+MIN_STEP;
			    motor_4_offset <= -ROLL_MAX+MAX_STEP+MAX_STEP+MAX_STEP+MAX_STEP;
			    motor_3_offset <= ROLL_MIN+MIN_STEP+MIN_STEP+MIN_STEP+MIN_STEP+MIN_STEP+MIN_STEP+MIN_STEP+MIN_STEP+MIN_STEP+MIN_STEP+MIN_STEP+MIN_STEP+MIN_STEP+MIN_STEP+MIN_STEP;
			  end
			else if (roll_offset > 50 && roll_offset <= 60)
			  begin
			    motor_1_offset <= -ROLL_MAX+MAX_STEP+MAX_STEP+MAX_STEP+MAX_STEP+MAX_STEP;
			    motor_2_offset <= ROLL_MIN+MIN_STEP+MIN_STEP+MIN_STEP+MIN_STEP+MIN_STEP+MIN_STEP+MIN_STEP+MIN_STEP+MIN_STEP+MIN_STEP+MIN_STEP+MIN_STEP+MIN_STEP+MIN_STEP;
			    motor_4_offset <= -ROLL_MAX+MAX_STEP+MAX_STEP+MAX_STEP+MAX_STEP+MAX_STEP;
			    motor_3_offset <= ROLL_MIN+MIN_STEP+MIN_STEP+MIN_STEP+MIN_STEP+MIN_STEP+MIN_STEP+MIN_STEP+MIN_STEP+MIN_STEP+MIN_STEP+MIN_STEP+MIN_STEP+MIN_STEP+MIN_STEP;
			  end
			else if (roll_offset > 60 && roll_offset <= 70)
			  begin
			    motor_1_offset <= -ROLL_MAX+MAX_STEP+MAX_STEP+MAX_STEP+MAX_STEP+MAX_STEP+MAX_STEP;
			    motor_2_offset <= ROLL_MIN+MIN_STEP+MIN_STEP+MIN_STEP+MIN_STEP+MIN_STEP+MIN_STEP+MIN_STEP+MIN_STEP+MIN_STEP+MIN_STEP+MIN_STEP+MIN_STEP+MIN_STEP;
			    motor_4_offset <= -ROLL_MAX+MAX_STEP+MAX_STEP+MAX_STEP+MAX_STEP+MAX_STEP+MAX_STEP;
			    motor_3_offset <= ROLL_MIN+MIN_STEP+MIN_STEP+MIN_STEP+MIN_STEP+MIN_STEP+MIN_STEP+MIN_STEP+MIN_STEP+MIN_STEP+MIN_STEP+MIN_STEP+MIN_STEP+MIN_STEP;
			  end
			else if (roll_offset > 70 && roll_offset <= 80)
			  begin
			    motor_1_offset <= -ROLL_MAX+MAX_STEP+MAX_STEP+MAX_STEP+MAX_STEP+MAX_STEP+MAX_STEP+MAX_STEP;
			    motor_2_offset <= ROLL_MIN+MIN_STEP+MIN_STEP+MIN_STEP+MIN_STEP+MIN_STEP+MIN_STEP+MIN_STEP+MIN_STEP+MIN_STEP+MIN_STEP+MIN_STEP+MIN_STEP;
			    motor_4_offset <= -ROLL_MAX+MAX_STEP+MAX_STEP+MAX_STEP+MAX_STEP+MAX_STEP+MAX_STEP+MAX_STEP;
			    motor_3_offset <= ROLL_MIN+MIN_STEP+MIN_STEP+MIN_STEP+MIN_STEP+MIN_STEP+MIN_STEP+MIN_STEP+MIN_STEP+MIN_STEP+MIN_STEP+MIN_STEP+MIN_STEP;
			  end
			else if (roll_offset > 80 && roll_offset <= 90)
			  begin
			    motor_1_offset <= -ROLL_MAX+MAX_STEP+MAX_STEP+MAX_STEP+MAX_STEP+MAX_STEP+MAX_STEP+MAX_STEP+MAX_STEP;
			    motor_2_offset <= ROLL_MIN+MIN_STEP+MIN_STEP+MIN_STEP+MIN_STEP+MIN_STEP+MIN_STEP+MIN_STEP+MIN_STEP+MIN_STEP+MIN_STEP+MIN_STEP;
			    motor_4_offset <= -ROLL_MAX+MAX_STEP+MAX_STEP+MAX_STEP+MAX_STEP+MAX_STEP+MAX_STEP+MAX_STEP+MAX_STEP;
			    motor_3_offset <= ROLL_MIN+MIN_STEP+MIN_STEP+MIN_STEP+MIN_STEP+MIN_STEP+MIN_STEP+MIN_STEP+MIN_STEP+MIN_STEP+MIN_STEP+MIN_STEP;
			  end
			else if (roll_offset > 90 && roll_offset <= 100)
			  begin
			    motor_1_offset <= -ROLL_MAX+MAX_STEP+MAX_STEP+MAX_STEP+MAX_STEP+MAX_STEP+MAX_STEP+MAX_STEP+MAX_STEP+MAX_STEP;
			    motor_2_offset <= ROLL_MIN+MIN_STEP+MIN_STEP+MIN_STEP+MIN_STEP+MIN_STEP+MIN_STEP+MIN_STEP+MIN_STEP+MIN_STEP+MIN_STEP;
			    motor_4_offset <= -ROLL_MAX+MAX_STEP+MAX_STEP+MAX_STEP+MAX_STEP+MAX_STEP+MAX_STEP+MAX_STEP+MAX_STEP+MAX_STEP;
			    motor_3_offset <= ROLL_MIN+MIN_STEP+MIN_STEP+MIN_STEP+MIN_STEP+MIN_STEP+MIN_STEP+MIN_STEP+MIN_STEP+MIN_STEP+MIN_STEP;
			  end
			else if (roll_offset > 100 && roll_offset <= 110)
			  begin
			    motor_1_offset <= 0;
			    motor_2_offset <= ROLL_MIN+MIN_STEP+MIN_STEP+MIN_STEP+MIN_STEP+MIN_STEP+MIN_STEP+MIN_STEP+MIN_STEP+MIN_STEP;
			    motor_4_offset <= 0;
			    motor_3_offset <= ROLL_MIN+MIN_STEP+MIN_STEP+MIN_STEP+MIN_STEP+MIN_STEP+MIN_STEP+MIN_STEP+MIN_STEP+MIN_STEP;
			  end
			else if (roll_offset > 110 && roll_offset <= 120)
			  begin
			    motor_1_offset <= 0;
			    motor_2_offset <= ROLL_MIN+MIN_STEP+MIN_STEP+MIN_STEP+MIN_STEP+MIN_STEP+MIN_STEP+MIN_STEP+MIN_STEP;
			    motor_4_offset <= 0;
			    motor_3_offset <= ROLL_MIN+MIN_STEP+MIN_STEP+MIN_STEP+MIN_STEP+MIN_STEP+MIN_STEP+MIN_STEP+MIN_STEP;
			  end
		    else if (roll_offset > 120 && roll_offset <= 130)
			  begin
			    motor_1_offset <= 0;
			    motor_2_offset <= ROLL_MIN+MIN_STEP+MIN_STEP+MIN_STEP+MIN_STEP+MIN_STEP+MIN_STEP+MIN_STEP;
			    motor_4_offset <= 0;
			    motor_3_offset <= ROLL_MIN+MIN_STEP+MIN_STEP+MIN_STEP+MIN_STEP+MIN_STEP+MIN_STEP+MIN_STEP;
			  end
		    else if (roll_offset > 130 && roll_offset <= 140)
			  begin
			    motor_1_offset <= 0;
			    motor_2_offset <= ROLL_MIN+MIN_STEP+MIN_STEP+MIN_STEP+MIN_STEP+MIN_STEP+MIN_STEP;
			    motor_4_offset <= 0;
			    motor_3_offset <= ROLL_MIN+MIN_STEP+MIN_STEP+MIN_STEP+MIN_STEP+MIN_STEP+MIN_STEP;
			  end
		    else if (roll_offset > 140 && roll_offset <= 150)
			  begin
			    motor_1_offset <= 0;
			    motor_2_offset <= ROLL_MIN+MIN_STEP+MIN_STEP+MIN_STEP+MIN_STEP+MIN_STEP;
			    motor_4_offset <= 0;
			    motor_3_offset <= ROLL_MIN+MIN_STEP+MIN_STEP+MIN_STEP+MIN_STEP+MIN_STEP;
			  end
			else if (roll_offset > 150 && roll_offset <= 160)
			  begin
			    motor_1_offset <= 0;
			    motor_2_offset <= ROLL_MIN+MIN_STEP+MIN_STEP+MIN_STEP+MIN_STEP;
			    motor_4_offset <= 0;
			    motor_3_offset <= ROLL_MIN+MIN_STEP+MIN_STEP+MIN_STEP+MIN_STEP;
			  end
		    else if (roll_offset > 160 && roll_offset <= 170)
			  begin
			    motor_1_offset <= 0;
			    motor_2_offset <= ROLL_MIN+MIN_STEP+MIN_STEP+MIN_STEP;
			    motor_4_offset <= 0;
			    motor_3_offset <= ROLL_MIN+MIN_STEP+MIN_STEP+MIN_STEP;
			  end
		    else if (roll_offset > 170 && roll_offset <= 180)
			  begin
			    motor_1_offset <= 0;
			    motor_2_offset <= ROLL_MIN+MIN_STEP+MIN_STEP;
			    motor_4_offset <= 0;
			    motor_3_offset <= ROLL_MIN+MIN_STEP+MIN_STEP;
			  end
		    else if (roll_offset > 180 && roll_offset <= 190)
			  begin
			    motor_1_offset <= 0;
			    motor_2_offset <= ROLL_MIN+MIN_STEP;
			    motor_4_offset <= 0;
			    motor_3_offset <= ROLL_MIN+MIN_STEP;
			  end
			else if (roll_offset > 190 && roll_offset <= 195)
			  begin
			    motor_1_offset <= 0;
			    motor_2_offset <= ROLL_MIN;
			    motor_4_offset <= 0;
			    motor_3_offset <= ROLL_MIN;
			  end
		    else if (roll_offset > 195 && roll_offset <= 205)
			  begin
			    motor_1_offset <= 0;
			    motor_2_offset <= 0;
			    motor_4_offset <= 0;
			    motor_3_offset <= 0;
			  end
			else if (roll_offset < 205 && roll_offset <= 210)
			  begin
			    motor_1_offset <= ROLL_MIN;
			    motor_2_offset <= 0;
			    motor_4_offset <= ROLL_MIN;
			    motor_3_offset <= 0;
			  end
		    else if (roll_offset > 210 && roll_offset <= 220)
			  begin
			    motor_1_offset <= ROLL_MIN+MIN_STEP;
			    motor_2_offset <= 0;
			    motor_4_offset <= ROLL_MIN+MIN_STEP;
			    motor_3_offset <= 0;
			  end
		    else if (roll_offset > 220 && roll_offset <= 230)
			  begin
			    motor_1_offset <= ROLL_MIN+MIN_STEP+MIN_STEP;
			    motor_2_offset <= 0;
			    motor_4_offset <= ROLL_MIN+MIN_STEP+MIN_STEP;
			    motor_3_offset <= 0;
			  end
		    else if (roll_offset > 230 && roll_offset <= 240)
			  begin
			    motor_1_offset <= ROLL_MIN+MIN_STEP+MIN_STEP+MIN_STEP;
			    motor_2_offset <= 0;
			    motor_4_offset <= ROLL_MIN+MIN_STEP+MIN_STEP+MIN_STEP;
			    motor_3_offset <= 0;
			  end
		    else if (roll_offset > 240 && roll_offset <= 250)
			  begin
			    motor_1_offset <= ROLL_MIN+MIN_STEP+MIN_STEP+MIN_STEP+MIN_STEP;
			    motor_2_offset <= 0;
			    motor_4_offset <= ROLL_MIN+MIN_STEP+MIN_STEP+MIN_STEP+MIN_STEP;
			    motor_3_offset <= 0;
			  end
			else if (roll_offset > 250 && roll_offset <= 260)
			  begin
			    motor_1_offset <= ROLL_MIN+MIN_STEP+MIN_STEP+MIN_STEP+MIN_STEP+MIN_STEP;
			    motor_2_offset <= 0;
			    motor_4_offset <= ROLL_MIN+MIN_STEP+MIN_STEP+MIN_STEP+MIN_STEP+MIN_STEP;
			    motor_3_offset <= 0;
			  end
		    else if (roll_offset > 260 && roll_offset <= 270)
			  begin
			    motor_1_offset <= ROLL_MIN+MIN_STEP+MIN_STEP+MIN_STEP+MIN_STEP+MIN_STEP+MIN_STEP;
			    motor_2_offset <= 0;
			    motor_4_offset <= ROLL_MIN+MIN_STEP+MIN_STEP+MIN_STEP+MIN_STEP+MIN_STEP+MIN_STEP;
			    motor_3_offset <= 0;
			  end
		    else if (roll_offset > 270 && roll_offset <= 280)
			  begin
			    motor_1_offset <= ROLL_MIN+MIN_STEP+MIN_STEP+MIN_STEP+MIN_STEP+MIN_STEP+MIN_STEP+MIN_STEP;
			    motor_2_offset <= 0;
			    motor_4_offset <= ROLL_MIN+MIN_STEP+MIN_STEP+MIN_STEP+MIN_STEP+MIN_STEP+MIN_STEP+MIN_STEP;
			    motor_3_offset <= 0;
			  end
		    else if (roll_offset > 280 && roll_offset <= 290)
			  begin
			    motor_1_offset <= ROLL_MIN+MIN_STEP+MIN_STEP+MIN_STEP+MIN_STEP+MIN_STEP+MIN_STEP+MIN_STEP+MIN_STEP;
			    motor_2_offset <= 0;
			    motor_4_offset <= ROLL_MIN+MIN_STEP+MIN_STEP+MIN_STEP+MIN_STEP+MIN_STEP+MIN_STEP+MIN_STEP+MIN_STEP;
			    motor_3_offset <= 0;
			  end
		    else if (roll_offset > 290 && roll_offset <= 300)
			  begin
			    motor_1_offset <= ROLL_MIN+MIN_STEP+MIN_STEP+MIN_STEP+MIN_STEP+MIN_STEP+MIN_STEP+MIN_STEP+MIN_STEP+MIN_STEP;
			    motor_2_offset <= 0;
			    motor_4_offset <= ROLL_MIN+MIN_STEP+MIN_STEP+MIN_STEP+MIN_STEP+MIN_STEP+MIN_STEP+MIN_STEP+MIN_STEP+MIN_STEP;
			    motor_3_offset <= 0;
			  end
			else if (roll_offset > 300 && roll_offset <= 310)
			  begin
			    motor_1_offset <= ROLL_MIN+MIN_STEP+MIN_STEP+MIN_STEP+MIN_STEP+MIN_STEP+MIN_STEP+MIN_STEP+MIN_STEP+MIN_STEP+MIN_STEP;
			    motor_2_offset <= -ROLL_MAX+MAX_STEP+MAX_STEP+MAX_STEP+MAX_STEP+MAX_STEP+MAX_STEP+MAX_STEP+MAX_STEP+MAX_STEP;
			    motor_4_offset <= ROLL_MIN+MIN_STEP+MIN_STEP+MIN_STEP+MIN_STEP+MIN_STEP+MIN_STEP+MIN_STEP+MIN_STEP+MIN_STEP+MIN_STEP;
			    motor_3_offset <= -ROLL_MAX+MAX_STEP+MAX_STEP+MAX_STEP+MAX_STEP+MAX_STEP+MAX_STEP+MAX_STEP+MAX_STEP+MAX_STEP;
			  end
			else if (roll_offset > 310 && roll_offset <= 320)
			  begin
			    motor_1_offset <= ROLL_MIN+MIN_STEP+MIN_STEP+MIN_STEP+MIN_STEP+MIN_STEP+MIN_STEP+MIN_STEP+MIN_STEP+MIN_STEP+MIN_STEP+MIN_STEP;
			    motor_2_offset <= -ROLL_MAX+MAX_STEP+MAX_STEP+MAX_STEP+MAX_STEP+MAX_STEP+MAX_STEP+MAX_STEP+MAX_STEP;
			    motor_4_offset <= ROLL_MIN+MIN_STEP+MIN_STEP+MIN_STEP+MIN_STEP+MIN_STEP+MIN_STEP+MIN_STEP+MIN_STEP+MIN_STEP+MIN_STEP+MIN_STEP;
			    motor_3_offset <= -ROLL_MAX+MAX_STEP+MAX_STEP+MAX_STEP+MAX_STEP+MAX_STEP+MAX_STEP+MAX_STEP+MAX_STEP;
			  end
			else if (roll_offset > 320 && roll_offset <= 330)
			  begin
			    motor_1_offset <= ROLL_MIN+MIN_STEP+MIN_STEP+MIN_STEP+MIN_STEP+MIN_STEP+MIN_STEP+MIN_STEP+MIN_STEP+MIN_STEP+MIN_STEP+MIN_STEP+MIN_STEP;
			    motor_2_offset <= -ROLL_MAX+MAX_STEP+MAX_STEP+MAX_STEP+MAX_STEP+MAX_STEP+MAX_STEP+MAX_STEP;
			    motor_4_offset <= ROLL_MIN+MIN_STEP+MIN_STEP+MIN_STEP+MIN_STEP+MIN_STEP+MIN_STEP+MIN_STEP+MIN_STEP+MIN_STEP+MIN_STEP+MIN_STEP+MIN_STEP;
			    motor_3_offset <= -ROLL_MAX+MAX_STEP+MAX_STEP+MAX_STEP+MAX_STEP+MAX_STEP+MAX_STEP+MAX_STEP;
			  end
			else if (roll_offset > 330 && roll_offset <= 340)
			  begin
			    motor_1_offset <= ROLL_MIN+MIN_STEP+MIN_STEP+MIN_STEP+MIN_STEP+MIN_STEP+MIN_STEP+MIN_STEP+MIN_STEP+MIN_STEP+MIN_STEP+MIN_STEP+MIN_STEP+MIN_STEP;
			    motor_2_offset <= -ROLL_MAX+MAX_STEP+MAX_STEP+MAX_STEP+MAX_STEP+MAX_STEP+MAX_STEP;
			    motor_4_offset <= ROLL_MIN+MIN_STEP+MIN_STEP+MIN_STEP+MIN_STEP+MIN_STEP+MIN_STEP+MIN_STEP+MIN_STEP+MIN_STEP+MIN_STEP+MIN_STEP+MIN_STEP+MIN_STEP;
			    motor_3_offset <= -ROLL_MAX+MAX_STEP+MAX_STEP+MAX_STEP+MAX_STEP+MAX_STEP+MAX_STEP;
			  end
			else if (roll_offset > 340 && roll_offset <= 350)
			  begin
			    motor_1_offset <= ROLL_MIN+MIN_STEP+MIN_STEP+MIN_STEP+MIN_STEP+MIN_STEP+MIN_STEP+MIN_STEP+MIN_STEP+MIN_STEP+MIN_STEP+MIN_STEP+MIN_STEP+MIN_STEP+MIN_STEP;
			    motor_2_offset <= -ROLL_MAX+MAX_STEP+MAX_STEP+MAX_STEP+MAX_STEP+MAX_STEP;
			    motor_4_offset <= ROLL_MIN+MIN_STEP+MIN_STEP+MIN_STEP+MIN_STEP+MIN_STEP+MIN_STEP+MIN_STEP+MIN_STEP+MIN_STEP+MIN_STEP+MIN_STEP+MIN_STEP+MIN_STEP+MIN_STEP;
			    motor_3_offset <= -ROLL_MAX+MAX_STEP+MAX_STEP+MAX_STEP+MAX_STEP+MAX_STEP;
			  end
			else if (roll_offset > 350 && roll_offset <= 360)
			  begin
			    motor_1_offset <= ROLL_MIN+MIN_STEP+MIN_STEP+MIN_STEP+MIN_STEP+MIN_STEP+MIN_STEP+MIN_STEP+MIN_STEP+MIN_STEP+MIN_STEP+MIN_STEP+MIN_STEP+MIN_STEP+MIN_STEP+MIN_STEP;
			    motor_2_offset <= -ROLL_MAX+MAX_STEP+MAX_STEP+MAX_STEP+MAX_STEP;
			    motor_4_offset <= ROLL_MIN+MIN_STEP+MIN_STEP+MIN_STEP+MIN_STEP+MIN_STEP+MIN_STEP+MIN_STEP+MIN_STEP+MIN_STEP+MIN_STEP+MIN_STEP+MIN_STEP+MIN_STEP+MIN_STEP+MIN_STEP;
			    motor_3_offset <= -ROLL_MAX+MAX_STEP+MAX_STEP+MAX_STEP+MAX_STEP;
			  end
			else if (roll_offset > 360 && roll_offset <= 370)
			  begin
			    motor_1_offset <= ROLL_MIN+MIN_STEP+MIN_STEP+MIN_STEP+MIN_STEP+MIN_STEP+MIN_STEP+MIN_STEP+MIN_STEP+MIN_STEP+MIN_STEP+MIN_STEP+MIN_STEP+MIN_STEP+MIN_STEP+MIN_STEP+MIN_STEP;
			    motor_2_offset <= -ROLL_MAX+MAX_STEP+MAX_STEP+MAX_STEP;
			    motor_4_offset <= ROLL_MIN+MIN_STEP+MIN_STEP+MIN_STEP+MIN_STEP+MIN_STEP+MIN_STEP+MIN_STEP+MIN_STEP+MIN_STEP+MIN_STEP+MIN_STEP+MIN_STEP+MIN_STEP+MIN_STEP+MIN_STEP+MIN_STEP;
			    motor_3_offset <= -ROLL_MAX+MAX_STEP+MAX_STEP+MAX_STEP;
			  end
			else if (roll_offset > 370 && roll_offset <= 380)
			  begin
			    motor_1_offset <= ROLL_MIN+MIN_STEP+MIN_STEP+MIN_STEP+MIN_STEP+MIN_STEP+MIN_STEP+MIN_STEP+MIN_STEP+MIN_STEP+MIN_STEP+MIN_STEP+MIN_STEP+MIN_STEP+MIN_STEP+MIN_STEP+MIN_STEP+MIN_STEP;
			    motor_2_offset <= -ROLL_MAX+MAX_STEP+MAX_STEP;
			    motor_4_offset <= ROLL_MIN+MIN_STEP+MIN_STEP+MIN_STEP+MIN_STEP+MIN_STEP+MIN_STEP+MIN_STEP+MIN_STEP+MIN_STEP+MIN_STEP+MIN_STEP+MIN_STEP+MIN_STEP+MIN_STEP+MIN_STEP+MIN_STEP+MIN_STEP;
			    motor_3_offset <= -ROLL_MAX+MAX_STEP+MAX_STEP;
			  end
			else if (roll_offset > 380 && roll_offset <= 390)
			  begin
			    motor_1_offset <= ROLL_MIN+MIN_STEP+MIN_STEP+MIN_STEP+MIN_STEP+MIN_STEP+MIN_STEP+MIN_STEP+MIN_STEP+MIN_STEP+MIN_STEP+MIN_STEP+MIN_STEP+MIN_STEP+MIN_STEP+MIN_STEP+MIN_STEP+MIN_STEP+MIN_STEP;
			    motor_2_offset <= -ROLL_MAX+MAX_STEP;
			    motor_4_offset <= ROLL_MIN+MIN_STEP+MIN_STEP+MIN_STEP+MIN_STEP+MIN_STEP+MIN_STEP+MIN_STEP+MIN_STEP+MIN_STEP+MIN_STEP+MIN_STEP+MIN_STEP+MIN_STEP+MIN_STEP+MIN_STEP+MIN_STEP+MIN_STEP+MIN_STEP;
			    motor_3_offset <= -ROLL_MAX+MAX_STEP;
			  end
			else if (roll_offset > 390)
			  begin
			    motor_1_offset <= ROLL_MIN+MIN_STEP+MIN_STEP+MIN_STEP+MIN_STEP+MIN_STEP+MIN_STEP+MIN_STEP+MIN_STEP+MIN_STEP+MIN_STEP+MIN_STEP+MIN_STEP+MIN_STEP+MIN_STEP+MIN_STEP+MIN_STEP+MIN_STEP+MIN_STEP+MIN_STEP;
			    motor_2_offset <= -ROLL_MAX;
			    motor_4_offset <= ROLL_MIN+MIN_STEP+MIN_STEP+MIN_STEP+MIN_STEP+MIN_STEP+MIN_STEP+MIN_STEP+MIN_STEP+MIN_STEP+MIN_STEP+MIN_STEP+MIN_STEP+MIN_STEP+MIN_STEP+MIN_STEP+MIN_STEP+MIN_STEP+MIN_STEP+MIN_STEP;
			    motor_3_offset <= -ROLL_MAX;
			  end
		  end 
	  end		  
endmodule

module yaw_offset_generator(motor_1_offset, motor_2_offset, motor_3_offset, motor_4_offset, yaw_offset, throttle_offset, clk);
	output reg [10:0] motor_1_offset;
	output reg [10:0] motor_2_offset;
	output reg [10:0] motor_3_offset;
	output reg [10:0] motor_4_offset;
	input [9:0] 	  yaw_offset;
	input [9:0] 	  throttle_offset;
	input             clk;
   
    parameter YAW_MAX = 100;         // maximum yaw value
    parameter MAX_STEP = 10;         // step to increment down from max value ( YAW_MAX / MAX_STEP must be >= 10! )
	parameter YAW_MIN = 5;           // minimum yaw value
	parameter MIN_STEP = 4;          // step to increment up from minimum
	
    always@ (posedge clk) 
	  begin
	    if (throttle_offset > 50) 
		  begin
		    if (yaw_offset <= 10)
			  begin
			    motor_2_offset <= -YAW_MAX;
			    motor_4_offset <= YAW_MIN+MIN_STEP+MIN_STEP+MIN_STEP+MIN_STEP+MIN_STEP+MIN_STEP+MIN_STEP+MIN_STEP+MIN_STEP+MIN_STEP+MIN_STEP+MIN_STEP+MIN_STEP+MIN_STEP+MIN_STEP+MIN_STEP+MIN_STEP+MIN_STEP+MIN_STEP;
			    motor_1_offset <= -YAW_MAX;
			    motor_3_offset <= YAW_MIN+MIN_STEP+MIN_STEP+MIN_STEP+MIN_STEP+MIN_STEP+MIN_STEP+MIN_STEP+MIN_STEP+MIN_STEP+MIN_STEP+MIN_STEP+MIN_STEP+MIN_STEP+MIN_STEP+MIN_STEP+MIN_STEP+MIN_STEP+MIN_STEP+MIN_STEP;
			  end
		    else if (yaw_offset > 10 && yaw_offset <= 20)
			  begin
			    motor_2_offset <= -YAW_MAX+MAX_STEP;
			    motor_4_offset <= YAW_MIN+MIN_STEP+MIN_STEP+MIN_STEP+MIN_STEP+MIN_STEP+MIN_STEP+MIN_STEP+MIN_STEP+MIN_STEP+MIN_STEP+MIN_STEP+MIN_STEP+MIN_STEP+MIN_STEP+MIN_STEP+MIN_STEP+MIN_STEP+MIN_STEP;
			    motor_1_offset <= -YAW_MAX+MAX_STEP;
			    motor_3_offset <= YAW_MIN+MIN_STEP+MIN_STEP+MIN_STEP+MIN_STEP+MIN_STEP+MIN_STEP+MIN_STEP+MIN_STEP+MIN_STEP+MIN_STEP+MIN_STEP+MIN_STEP+MIN_STEP+MIN_STEP+MIN_STEP+MIN_STEP+MIN_STEP+MIN_STEP;
			  end
			else if (yaw_offset > 20 && yaw_offset <= 30)
			  begin
			    motor_2_offset <= -YAW_MAX+MAX_STEP+MAX_STEP;
			    motor_4_offset <= YAW_MIN+MIN_STEP+MIN_STEP+MIN_STEP+MIN_STEP+MIN_STEP+MIN_STEP+MIN_STEP+MIN_STEP+MIN_STEP+MIN_STEP+MIN_STEP+MIN_STEP+MIN_STEP+MIN_STEP+MIN_STEP+MIN_STEP+MIN_STEP;
			    motor_1_offset <= -YAW_MAX+MAX_STEP+MAX_STEP;
			    motor_3_offset <= YAW_MIN+MIN_STEP+MIN_STEP+MIN_STEP+MIN_STEP+MIN_STEP+MIN_STEP+MIN_STEP+MIN_STEP+MIN_STEP+MIN_STEP+MIN_STEP+MIN_STEP+MIN_STEP+MIN_STEP+MIN_STEP+MIN_STEP+MIN_STEP;
			  end
			else if (yaw_offset > 30 && yaw_offset <= 40)
			  begin
			    motor_2_offset <= -YAW_MAX+MAX_STEP+MAX_STEP+MAX_STEP;
			    motor_4_offset <= YAW_MIN+MIN_STEP+MIN_STEP+MIN_STEP+MIN_STEP+MIN_STEP+MIN_STEP+MIN_STEP+MIN_STEP+MIN_STEP+MIN_STEP+MIN_STEP+MIN_STEP+MIN_STEP+MIN_STEP+MIN_STEP+MIN_STEP;
			    motor_1_offset <= -YAW_MAX+MAX_STEP+MAX_STEP+MAX_STEP;
			    motor_3_offset <= YAW_MIN+MIN_STEP+MIN_STEP+MIN_STEP+MIN_STEP+MIN_STEP+MIN_STEP+MIN_STEP+MIN_STEP+MIN_STEP+MIN_STEP+MIN_STEP+MIN_STEP+MIN_STEP+MIN_STEP+MIN_STEP+MIN_STEP;
			  end
			else if (yaw_offset > 40 && yaw_offset <= 50)
			  begin
			    motor_2_offset <= -YAW_MAX+MAX_STEP+MAX_STEP+MAX_STEP+MAX_STEP;
			    motor_4_offset <= YAW_MIN+MIN_STEP+MIN_STEP+MIN_STEP+MIN_STEP+MIN_STEP+MIN_STEP+MIN_STEP+MIN_STEP+MIN_STEP+MIN_STEP+MIN_STEP+MIN_STEP+MIN_STEP+MIN_STEP+MIN_STEP;
			    motor_1_offset <= -YAW_MAX+MAX_STEP+MAX_STEP+MAX_STEP+MAX_STEP;
			    motor_3_offset <= YAW_MIN+MIN_STEP+MIN_STEP+MIN_STEP+MIN_STEP+MIN_STEP+MIN_STEP+MIN_STEP+MIN_STEP+MIN_STEP+MIN_STEP+MIN_STEP+MIN_STEP+MIN_STEP+MIN_STEP+MIN_STEP;
			  end
			else if (yaw_offset > 50 && yaw_offset <= 60)
			  begin
			    motor_2_offset <= -YAW_MAX+MAX_STEP+MAX_STEP+MAX_STEP+MAX_STEP+MAX_STEP;
			    motor_4_offset <= YAW_MIN+MIN_STEP+MIN_STEP+MIN_STEP+MIN_STEP+MIN_STEP+MIN_STEP+MIN_STEP+MIN_STEP+MIN_STEP+MIN_STEP+MIN_STEP+MIN_STEP+MIN_STEP+MIN_STEP;
			    motor_1_offset <= -YAW_MAX+MAX_STEP+MAX_STEP+MAX_STEP+MAX_STEP+MAX_STEP;
			    motor_3_offset <= YAW_MIN+MIN_STEP+MIN_STEP+MIN_STEP+MIN_STEP+MIN_STEP+MIN_STEP+MIN_STEP+MIN_STEP+MIN_STEP+MIN_STEP+MIN_STEP+MIN_STEP+MIN_STEP+MIN_STEP;
			  end
			else if (yaw_offset > 60 && yaw_offset <= 70)
			  begin
			    motor_2_offset <= -YAW_MAX+MAX_STEP+MAX_STEP+MAX_STEP+MAX_STEP+MAX_STEP+MAX_STEP;
			    motor_4_offset <= YAW_MIN+MIN_STEP+MIN_STEP+MIN_STEP+MIN_STEP+MIN_STEP+MIN_STEP+MIN_STEP+MIN_STEP+MIN_STEP+MIN_STEP+MIN_STEP+MIN_STEP+MIN_STEP;
			    motor_1_offset <= -YAW_MAX+MAX_STEP+MAX_STEP+MAX_STEP+MAX_STEP+MAX_STEP+MAX_STEP;
			    motor_3_offset <= YAW_MIN+MIN_STEP+MIN_STEP+MIN_STEP+MIN_STEP+MIN_STEP+MIN_STEP+MIN_STEP+MIN_STEP+MIN_STEP+MIN_STEP+MIN_STEP+MIN_STEP+MIN_STEP;
			  end
			else if (yaw_offset > 70 && yaw_offset <= 80)
			  begin
			    motor_2_offset <= -YAW_MAX+MAX_STEP+MAX_STEP+MAX_STEP+MAX_STEP+MAX_STEP+MAX_STEP+MAX_STEP;
			    motor_4_offset <= YAW_MIN+MIN_STEP+MIN_STEP+MIN_STEP+MIN_STEP+MIN_STEP+MIN_STEP+MIN_STEP+MIN_STEP+MIN_STEP+MIN_STEP+MIN_STEP+MIN_STEP;
			    motor_1_offset <= -YAW_MAX+MAX_STEP+MAX_STEP+MAX_STEP+MAX_STEP+MAX_STEP+MAX_STEP+MAX_STEP;
			    motor_3_offset <= YAW_MIN+MIN_STEP+MIN_STEP+MIN_STEP+MIN_STEP+MIN_STEP+MIN_STEP+MIN_STEP+MIN_STEP+MIN_STEP+MIN_STEP+MIN_STEP+MIN_STEP;
			  end
			else if (yaw_offset > 80 && yaw_offset <= 90)
			  begin
			    motor_2_offset <= -YAW_MAX+MAX_STEP+MAX_STEP+MAX_STEP+MAX_STEP+MAX_STEP+MAX_STEP+MAX_STEP+MAX_STEP;
			    motor_4_offset <= YAW_MIN+MIN_STEP+MIN_STEP+MIN_STEP+MIN_STEP+MIN_STEP+MIN_STEP+MIN_STEP+MIN_STEP+MIN_STEP+MIN_STEP+MIN_STEP;
			    motor_1_offset <= -YAW_MAX+MAX_STEP+MAX_STEP+MAX_STEP+MAX_STEP+MAX_STEP+MAX_STEP+MAX_STEP+MAX_STEP;
			    motor_3_offset <= YAW_MIN+MIN_STEP+MIN_STEP+MIN_STEP+MIN_STEP+MIN_STEP+MIN_STEP+MIN_STEP+MIN_STEP+MIN_STEP+MIN_STEP+MIN_STEP;
			  end
			else if (yaw_offset > 90 && yaw_offset <= 100)
			  begin
			    motor_2_offset <= -YAW_MAX+MAX_STEP+MAX_STEP+MAX_STEP+MAX_STEP+MAX_STEP+MAX_STEP+MAX_STEP+MAX_STEP+MAX_STEP;
			    motor_4_offset <= YAW_MIN+MIN_STEP+MIN_STEP+MIN_STEP+MIN_STEP+MIN_STEP+MIN_STEP+MIN_STEP+MIN_STEP+MIN_STEP+MIN_STEP;
			    motor_1_offset <= -YAW_MAX+MAX_STEP+MAX_STEP+MAX_STEP+MAX_STEP+MAX_STEP+MAX_STEP+MAX_STEP+MAX_STEP+MAX_STEP;
			    motor_3_offset <= YAW_MIN+MIN_STEP+MIN_STEP+MIN_STEP+MIN_STEP+MIN_STEP+MIN_STEP+MIN_STEP+MIN_STEP+MIN_STEP+MIN_STEP;
			  end
			else if (yaw_offset > 100 && yaw_offset <= 110)
			  begin
			    motor_2_offset <= 0;
			    motor_4_offset <= YAW_MIN+MIN_STEP+MIN_STEP+MIN_STEP+MIN_STEP+MIN_STEP+MIN_STEP+MIN_STEP+MIN_STEP+MIN_STEP;
			    motor_1_offset <= 0;
			    motor_3_offset <= YAW_MIN+MIN_STEP+MIN_STEP+MIN_STEP+MIN_STEP+MIN_STEP+MIN_STEP+MIN_STEP+MIN_STEP+MIN_STEP;
			  end
			else if (yaw_offset > 110 && yaw_offset <= 120)
			  begin
			    motor_2_offset <= 0;
			    motor_4_offset <= YAW_MIN+MIN_STEP+MIN_STEP+MIN_STEP+MIN_STEP+MIN_STEP+MIN_STEP+MIN_STEP+MIN_STEP;
			    motor_1_offset <= 0;
			    motor_3_offset <= YAW_MIN+MIN_STEP+MIN_STEP+MIN_STEP+MIN_STEP+MIN_STEP+MIN_STEP+MIN_STEP+MIN_STEP;
			  end
		    else if (yaw_offset > 120 && yaw_offset <= 130)
			  begin
			    motor_2_offset <= 0;
			    motor_4_offset <= YAW_MIN+MIN_STEP+MIN_STEP+MIN_STEP+MIN_STEP+MIN_STEP+MIN_STEP+MIN_STEP;
			    motor_1_offset <= 0;
			    motor_3_offset <= YAW_MIN+MIN_STEP+MIN_STEP+MIN_STEP+MIN_STEP+MIN_STEP+MIN_STEP+MIN_STEP;
			  end
		    else if (yaw_offset > 130 && yaw_offset <= 140)
			  begin
			    motor_2_offset <= 0;
			    motor_4_offset <= YAW_MIN+MIN_STEP+MIN_STEP+MIN_STEP+MIN_STEP+MIN_STEP+MIN_STEP;
			    motor_1_offset <= 0;
			    motor_3_offset <= YAW_MIN+MIN_STEP+MIN_STEP+MIN_STEP+MIN_STEP+MIN_STEP+MIN_STEP;
			  end
		    else if (yaw_offset > 140 && yaw_offset <= 150)
			  begin
			    motor_2_offset <= 0;
			    motor_4_offset <= YAW_MIN+MIN_STEP+MIN_STEP+MIN_STEP+MIN_STEP+MIN_STEP;
			    motor_1_offset <= 0;
			    motor_3_offset <= YAW_MIN+MIN_STEP+MIN_STEP+MIN_STEP+MIN_STEP+MIN_STEP;
			  end
			else if (yaw_offset > 150 && yaw_offset <= 160)
			  begin
			    motor_2_offset <= 0;
			    motor_4_offset <= YAW_MIN+MIN_STEP+MIN_STEP+MIN_STEP+MIN_STEP;
			    motor_1_offset <= 0;
			    motor_3_offset <= YAW_MIN+MIN_STEP+MIN_STEP+MIN_STEP+MIN_STEP;
			  end
		    else if (yaw_offset > 160 && yaw_offset <= 170)
			  begin
			    motor_2_offset <= 0;
			    motor_4_offset <= YAW_MIN+MIN_STEP+MIN_STEP+MIN_STEP;
			    motor_1_offset <= 0;
			    motor_3_offset <= YAW_MIN+MIN_STEP+MIN_STEP+MIN_STEP;
			  end
		    else if (yaw_offset > 170 && yaw_offset <= 180)
			  begin
			    motor_2_offset <= 0;
			    motor_4_offset <= YAW_MIN+MIN_STEP+MIN_STEP;
			    motor_1_offset <= 0;
			    motor_3_offset <= YAW_MIN+MIN_STEP+MIN_STEP;
			  end
		    else if (yaw_offset > 180 && yaw_offset <= 190)
			  begin
			    motor_2_offset <= 0;
			    motor_4_offset <= YAW_MIN+MIN_STEP;
			    motor_1_offset <= 0;
			    motor_3_offset <= YAW_MIN+MIN_STEP;
			  end
			else if (yaw_offset > 190 && yaw_offset <= 195)
			  begin
			    motor_2_offset <= 0;
			    motor_4_offset <= YAW_MIN;
			    motor_1_offset <= 0;
			    motor_3_offset <= YAW_MIN;
			  end
		    else if (yaw_offset > 195 && yaw_offset <= 205)
			  begin
			    motor_2_offset <= 0;
			    motor_4_offset <= 0;
			    motor_1_offset <= 0;
			    motor_3_offset <= 0;
			  end
			else if (yaw_offset < 205 && yaw_offset <= 210)
			  begin
			    motor_2_offset <= YAW_MIN;
			    motor_4_offset <= 0;
			    motor_1_offset <= YAW_MIN;
			    motor_3_offset <= 0;
			  end
		    else if (yaw_offset > 210 && yaw_offset <= 220)
			  begin
			    motor_2_offset <= YAW_MIN+MIN_STEP;
			    motor_4_offset <= 0;
			    motor_1_offset <= YAW_MIN+MIN_STEP;
			    motor_3_offset <= 0;
			  end
		    else if (yaw_offset > 220 && yaw_offset <= 230)
			  begin
			    motor_2_offset <= YAW_MIN+MIN_STEP+MIN_STEP;
			    motor_4_offset <= 0;
			    motor_1_offset <= YAW_MIN+MIN_STEP+MIN_STEP;
			    motor_3_offset <= 0;
			  end
		    else if (yaw_offset > 230 && yaw_offset <= 240)
			  begin
			    motor_2_offset <= YAW_MIN+MIN_STEP+MIN_STEP+MIN_STEP;
			    motor_4_offset <= 0;
			    motor_1_offset <= YAW_MIN+MIN_STEP+MIN_STEP+MIN_STEP;
			    motor_3_offset <= 0;
			  end
		    else if (yaw_offset > 240 && yaw_offset <= 250)
			  begin
			    motor_2_offset <= YAW_MIN+MIN_STEP+MIN_STEP+MIN_STEP+MIN_STEP;
			    motor_4_offset <= 0;
			    motor_1_offset <= YAW_MIN+MIN_STEP+MIN_STEP+MIN_STEP+MIN_STEP;
			    motor_3_offset <= 0;
			  end
			else if (yaw_offset > 250 && yaw_offset <= 260)
			  begin
			    motor_2_offset <= YAW_MIN+MIN_STEP+MIN_STEP+MIN_STEP+MIN_STEP+MIN_STEP;
			    motor_4_offset <= 0;
			    motor_1_offset <= YAW_MIN+MIN_STEP+MIN_STEP+MIN_STEP+MIN_STEP+MIN_STEP;
			    motor_3_offset <= 0;
			  end
		    else if (yaw_offset > 260 && yaw_offset <= 270)
			  begin
			    motor_2_offset <= YAW_MIN+MIN_STEP+MIN_STEP+MIN_STEP+MIN_STEP+MIN_STEP+MIN_STEP;
			    motor_4_offset <= 0;
			    motor_1_offset <= YAW_MIN+MIN_STEP+MIN_STEP+MIN_STEP+MIN_STEP+MIN_STEP+MIN_STEP;
			    motor_3_offset <= 0;
			  end
		    else if (yaw_offset > 270 && yaw_offset <= 280)
			  begin
			    motor_2_offset <= YAW_MIN+MIN_STEP+MIN_STEP+MIN_STEP+MIN_STEP+MIN_STEP+MIN_STEP+MIN_STEP;
			    motor_4_offset <= 0;
			    motor_1_offset <= YAW_MIN+MIN_STEP+MIN_STEP+MIN_STEP+MIN_STEP+MIN_STEP+MIN_STEP+MIN_STEP;
			    motor_3_offset <= 0;
			  end
		    else if (yaw_offset > 280 && yaw_offset <= 290)
			  begin
			    motor_2_offset <= YAW_MIN+MIN_STEP+MIN_STEP+MIN_STEP+MIN_STEP+MIN_STEP+MIN_STEP+MIN_STEP+MIN_STEP;
			    motor_4_offset <= 0;
			    motor_1_offset <= YAW_MIN+MIN_STEP+MIN_STEP+MIN_STEP+MIN_STEP+MIN_STEP+MIN_STEP+MIN_STEP+MIN_STEP;
			    motor_3_offset <= 0;
			  end
		    else if (yaw_offset > 290 && yaw_offset <= 300)
			  begin
			    motor_2_offset <= YAW_MIN+MIN_STEP+MIN_STEP+MIN_STEP+MIN_STEP+MIN_STEP+MIN_STEP+MIN_STEP+MIN_STEP+MIN_STEP;
			    motor_4_offset <= 0;
			    motor_1_offset <= YAW_MIN+MIN_STEP+MIN_STEP+MIN_STEP+MIN_STEP+MIN_STEP+MIN_STEP+MIN_STEP+MIN_STEP+MIN_STEP;
			    motor_3_offset <= 0;
			  end
			else if (yaw_offset > 300 && yaw_offset <= 310)
			  begin
			    motor_2_offset <= YAW_MIN+MIN_STEP+MIN_STEP+MIN_STEP+MIN_STEP+MIN_STEP+MIN_STEP+MIN_STEP+MIN_STEP+MIN_STEP+MIN_STEP;
			    motor_4_offset <= -YAW_MAX+MAX_STEP+MAX_STEP+MAX_STEP+MAX_STEP+MAX_STEP+MAX_STEP+MAX_STEP+MAX_STEP+MAX_STEP;
			    motor_1_offset <= YAW_MIN+MIN_STEP+MIN_STEP+MIN_STEP+MIN_STEP+MIN_STEP+MIN_STEP+MIN_STEP+MIN_STEP+MIN_STEP+MIN_STEP;
			    motor_3_offset <= -YAW_MAX+MAX_STEP+MAX_STEP+MAX_STEP+MAX_STEP+MAX_STEP+MAX_STEP+MAX_STEP+MAX_STEP+MAX_STEP;
			  end
			else if (yaw_offset > 310 && yaw_offset <= 320)
			  begin
			    motor_2_offset <= YAW_MIN+MIN_STEP+MIN_STEP+MIN_STEP+MIN_STEP+MIN_STEP+MIN_STEP+MIN_STEP+MIN_STEP+MIN_STEP+MIN_STEP+MIN_STEP;
			    motor_4_offset <= -YAW_MAX+MAX_STEP+MAX_STEP+MAX_STEP+MAX_STEP+MAX_STEP+MAX_STEP+MAX_STEP+MAX_STEP;
			    motor_1_offset <= YAW_MIN+MIN_STEP+MIN_STEP+MIN_STEP+MIN_STEP+MIN_STEP+MIN_STEP+MIN_STEP+MIN_STEP+MIN_STEP+MIN_STEP+MIN_STEP;
			    motor_3_offset <= -YAW_MAX+MAX_STEP+MAX_STEP+MAX_STEP+MAX_STEP+MAX_STEP+MAX_STEP+MAX_STEP+MAX_STEP;
			  end
			else if (yaw_offset > 320 && yaw_offset <= 330)
			  begin
			    motor_2_offset <= YAW_MIN+MIN_STEP+MIN_STEP+MIN_STEP+MIN_STEP+MIN_STEP+MIN_STEP+MIN_STEP+MIN_STEP+MIN_STEP+MIN_STEP+MIN_STEP+MIN_STEP;
			    motor_4_offset <= -YAW_MAX+MAX_STEP+MAX_STEP+MAX_STEP+MAX_STEP+MAX_STEP+MAX_STEP+MAX_STEP;
			    motor_1_offset <= YAW_MIN+MIN_STEP+MIN_STEP+MIN_STEP+MIN_STEP+MIN_STEP+MIN_STEP+MIN_STEP+MIN_STEP+MIN_STEP+MIN_STEP+MIN_STEP+MIN_STEP;
			    motor_3_offset <= -YAW_MAX+MAX_STEP+MAX_STEP+MAX_STEP+MAX_STEP+MAX_STEP+MAX_STEP+MAX_STEP;
			  end
			else if (yaw_offset > 330 && yaw_offset <= 340)
			  begin
			    motor_2_offset <= YAW_MIN+MIN_STEP+MIN_STEP+MIN_STEP+MIN_STEP+MIN_STEP+MIN_STEP+MIN_STEP+MIN_STEP+MIN_STEP+MIN_STEP+MIN_STEP+MIN_STEP+MIN_STEP;
			    motor_4_offset <= -YAW_MAX+MAX_STEP+MAX_STEP+MAX_STEP+MAX_STEP+MAX_STEP+MAX_STEP;
			    motor_1_offset <= YAW_MIN+MIN_STEP+MIN_STEP+MIN_STEP+MIN_STEP+MIN_STEP+MIN_STEP+MIN_STEP+MIN_STEP+MIN_STEP+MIN_STEP+MIN_STEP+MIN_STEP+MIN_STEP;
			    motor_3_offset <= -YAW_MAX+MAX_STEP+MAX_STEP+MAX_STEP+MAX_STEP+MAX_STEP+MAX_STEP;
			  end
			else if (yaw_offset > 340 && yaw_offset <= 350)
			  begin
			    motor_2_offset <= YAW_MIN+MIN_STEP+MIN_STEP+MIN_STEP+MIN_STEP+MIN_STEP+MIN_STEP+MIN_STEP+MIN_STEP+MIN_STEP+MIN_STEP+MIN_STEP+MIN_STEP+MIN_STEP+MIN_STEP;
			    motor_4_offset <= -YAW_MAX+MAX_STEP+MAX_STEP+MAX_STEP+MAX_STEP+MAX_STEP;
			    motor_1_offset <= YAW_MIN+MIN_STEP+MIN_STEP+MIN_STEP+MIN_STEP+MIN_STEP+MIN_STEP+MIN_STEP+MIN_STEP+MIN_STEP+MIN_STEP+MIN_STEP+MIN_STEP+MIN_STEP+MIN_STEP;
			    motor_3_offset <= -YAW_MAX+MAX_STEP+MAX_STEP+MAX_STEP+MAX_STEP+MAX_STEP;
			  end
			else if (yaw_offset > 350 && yaw_offset <= 360)
			  begin
			    motor_2_offset <= YAW_MIN+MIN_STEP+MIN_STEP+MIN_STEP+MIN_STEP+MIN_STEP+MIN_STEP+MIN_STEP+MIN_STEP+MIN_STEP+MIN_STEP+MIN_STEP+MIN_STEP+MIN_STEP+MIN_STEP+MIN_STEP;
			    motor_4_offset <= -YAW_MAX+MAX_STEP+MAX_STEP+MAX_STEP+MAX_STEP;
			    motor_1_offset <= YAW_MIN+MIN_STEP+MIN_STEP+MIN_STEP+MIN_STEP+MIN_STEP+MIN_STEP+MIN_STEP+MIN_STEP+MIN_STEP+MIN_STEP+MIN_STEP+MIN_STEP+MIN_STEP+MIN_STEP+MIN_STEP;
			    motor_3_offset <= -YAW_MAX+MAX_STEP+MAX_STEP+MAX_STEP+MAX_STEP;
			  end
			else if (yaw_offset > 360 && yaw_offset <= 370)
			  begin
			    motor_2_offset <= YAW_MIN+MIN_STEP+MIN_STEP+MIN_STEP+MIN_STEP+MIN_STEP+MIN_STEP+MIN_STEP+MIN_STEP+MIN_STEP+MIN_STEP+MIN_STEP+MIN_STEP+MIN_STEP+MIN_STEP+MIN_STEP+MIN_STEP;
			    motor_4_offset <= -YAW_MAX+MAX_STEP+MAX_STEP+MAX_STEP;
			    motor_1_offset <= YAW_MIN+MIN_STEP+MIN_STEP+MIN_STEP+MIN_STEP+MIN_STEP+MIN_STEP+MIN_STEP+MIN_STEP+MIN_STEP+MIN_STEP+MIN_STEP+MIN_STEP+MIN_STEP+MIN_STEP+MIN_STEP+MIN_STEP;
			    motor_3_offset <= -YAW_MAX+MAX_STEP+MAX_STEP+MAX_STEP;
			  end
			else if (yaw_offset > 370 && yaw_offset <= 380)
			  begin
			    motor_2_offset <= YAW_MIN+MIN_STEP+MIN_STEP+MIN_STEP+MIN_STEP+MIN_STEP+MIN_STEP+MIN_STEP+MIN_STEP+MIN_STEP+MIN_STEP+MIN_STEP+MIN_STEP+MIN_STEP+MIN_STEP+MIN_STEP+MIN_STEP+MIN_STEP;
			    motor_4_offset <= -YAW_MAX+MAX_STEP+MAX_STEP;
			    motor_1_offset <= YAW_MIN+MIN_STEP+MIN_STEP+MIN_STEP+MIN_STEP+MIN_STEP+MIN_STEP+MIN_STEP+MIN_STEP+MIN_STEP+MIN_STEP+MIN_STEP+MIN_STEP+MIN_STEP+MIN_STEP+MIN_STEP+MIN_STEP+MIN_STEP;
			    motor_3_offset <= -YAW_MAX+MAX_STEP+MAX_STEP;
			  end
			else if (yaw_offset > 380 && yaw_offset <= 390)
			  begin
			    motor_2_offset <= YAW_MIN+MIN_STEP+MIN_STEP+MIN_STEP+MIN_STEP+MIN_STEP+MIN_STEP+MIN_STEP+MIN_STEP+MIN_STEP+MIN_STEP+MIN_STEP+MIN_STEP+MIN_STEP+MIN_STEP+MIN_STEP+MIN_STEP+MIN_STEP+MIN_STEP;
			    motor_4_offset <= -YAW_MAX+MAX_STEP;
			    motor_1_offset <= YAW_MIN+MIN_STEP+MIN_STEP+MIN_STEP+MIN_STEP+MIN_STEP+MIN_STEP+MIN_STEP+MIN_STEP+MIN_STEP+MIN_STEP+MIN_STEP+MIN_STEP+MIN_STEP+MIN_STEP+MIN_STEP+MIN_STEP+MIN_STEP+MIN_STEP;
			    motor_3_offset <= -YAW_MAX+MAX_STEP;
			  end
			else if (yaw_offset > 390)
			  begin
			    motor_2_offset <= YAW_MIN+MIN_STEP+MIN_STEP+MIN_STEP+MIN_STEP+MIN_STEP+MIN_STEP+MIN_STEP+MIN_STEP+MIN_STEP+MIN_STEP+MIN_STEP+MIN_STEP+MIN_STEP+MIN_STEP+MIN_STEP+MIN_STEP+MIN_STEP+MIN_STEP+MIN_STEP;
			    motor_4_offset <= -YAW_MAX;
			    motor_1_offset <= YAW_MIN+MIN_STEP+MIN_STEP+MIN_STEP+MIN_STEP+MIN_STEP+MIN_STEP+MIN_STEP+MIN_STEP+MIN_STEP+MIN_STEP+MIN_STEP+MIN_STEP+MIN_STEP+MIN_STEP+MIN_STEP+MIN_STEP+MIN_STEP+MIN_STEP+MIN_STEP;
			    motor_3_offset <= -YAW_MAX;
			  end
		  end 
	  end		  
endmodule